Bréfritari: Gunnlaugur Oddsson
Dagsetning: A-1888-10-28
Skrifað á: Vesturheimi

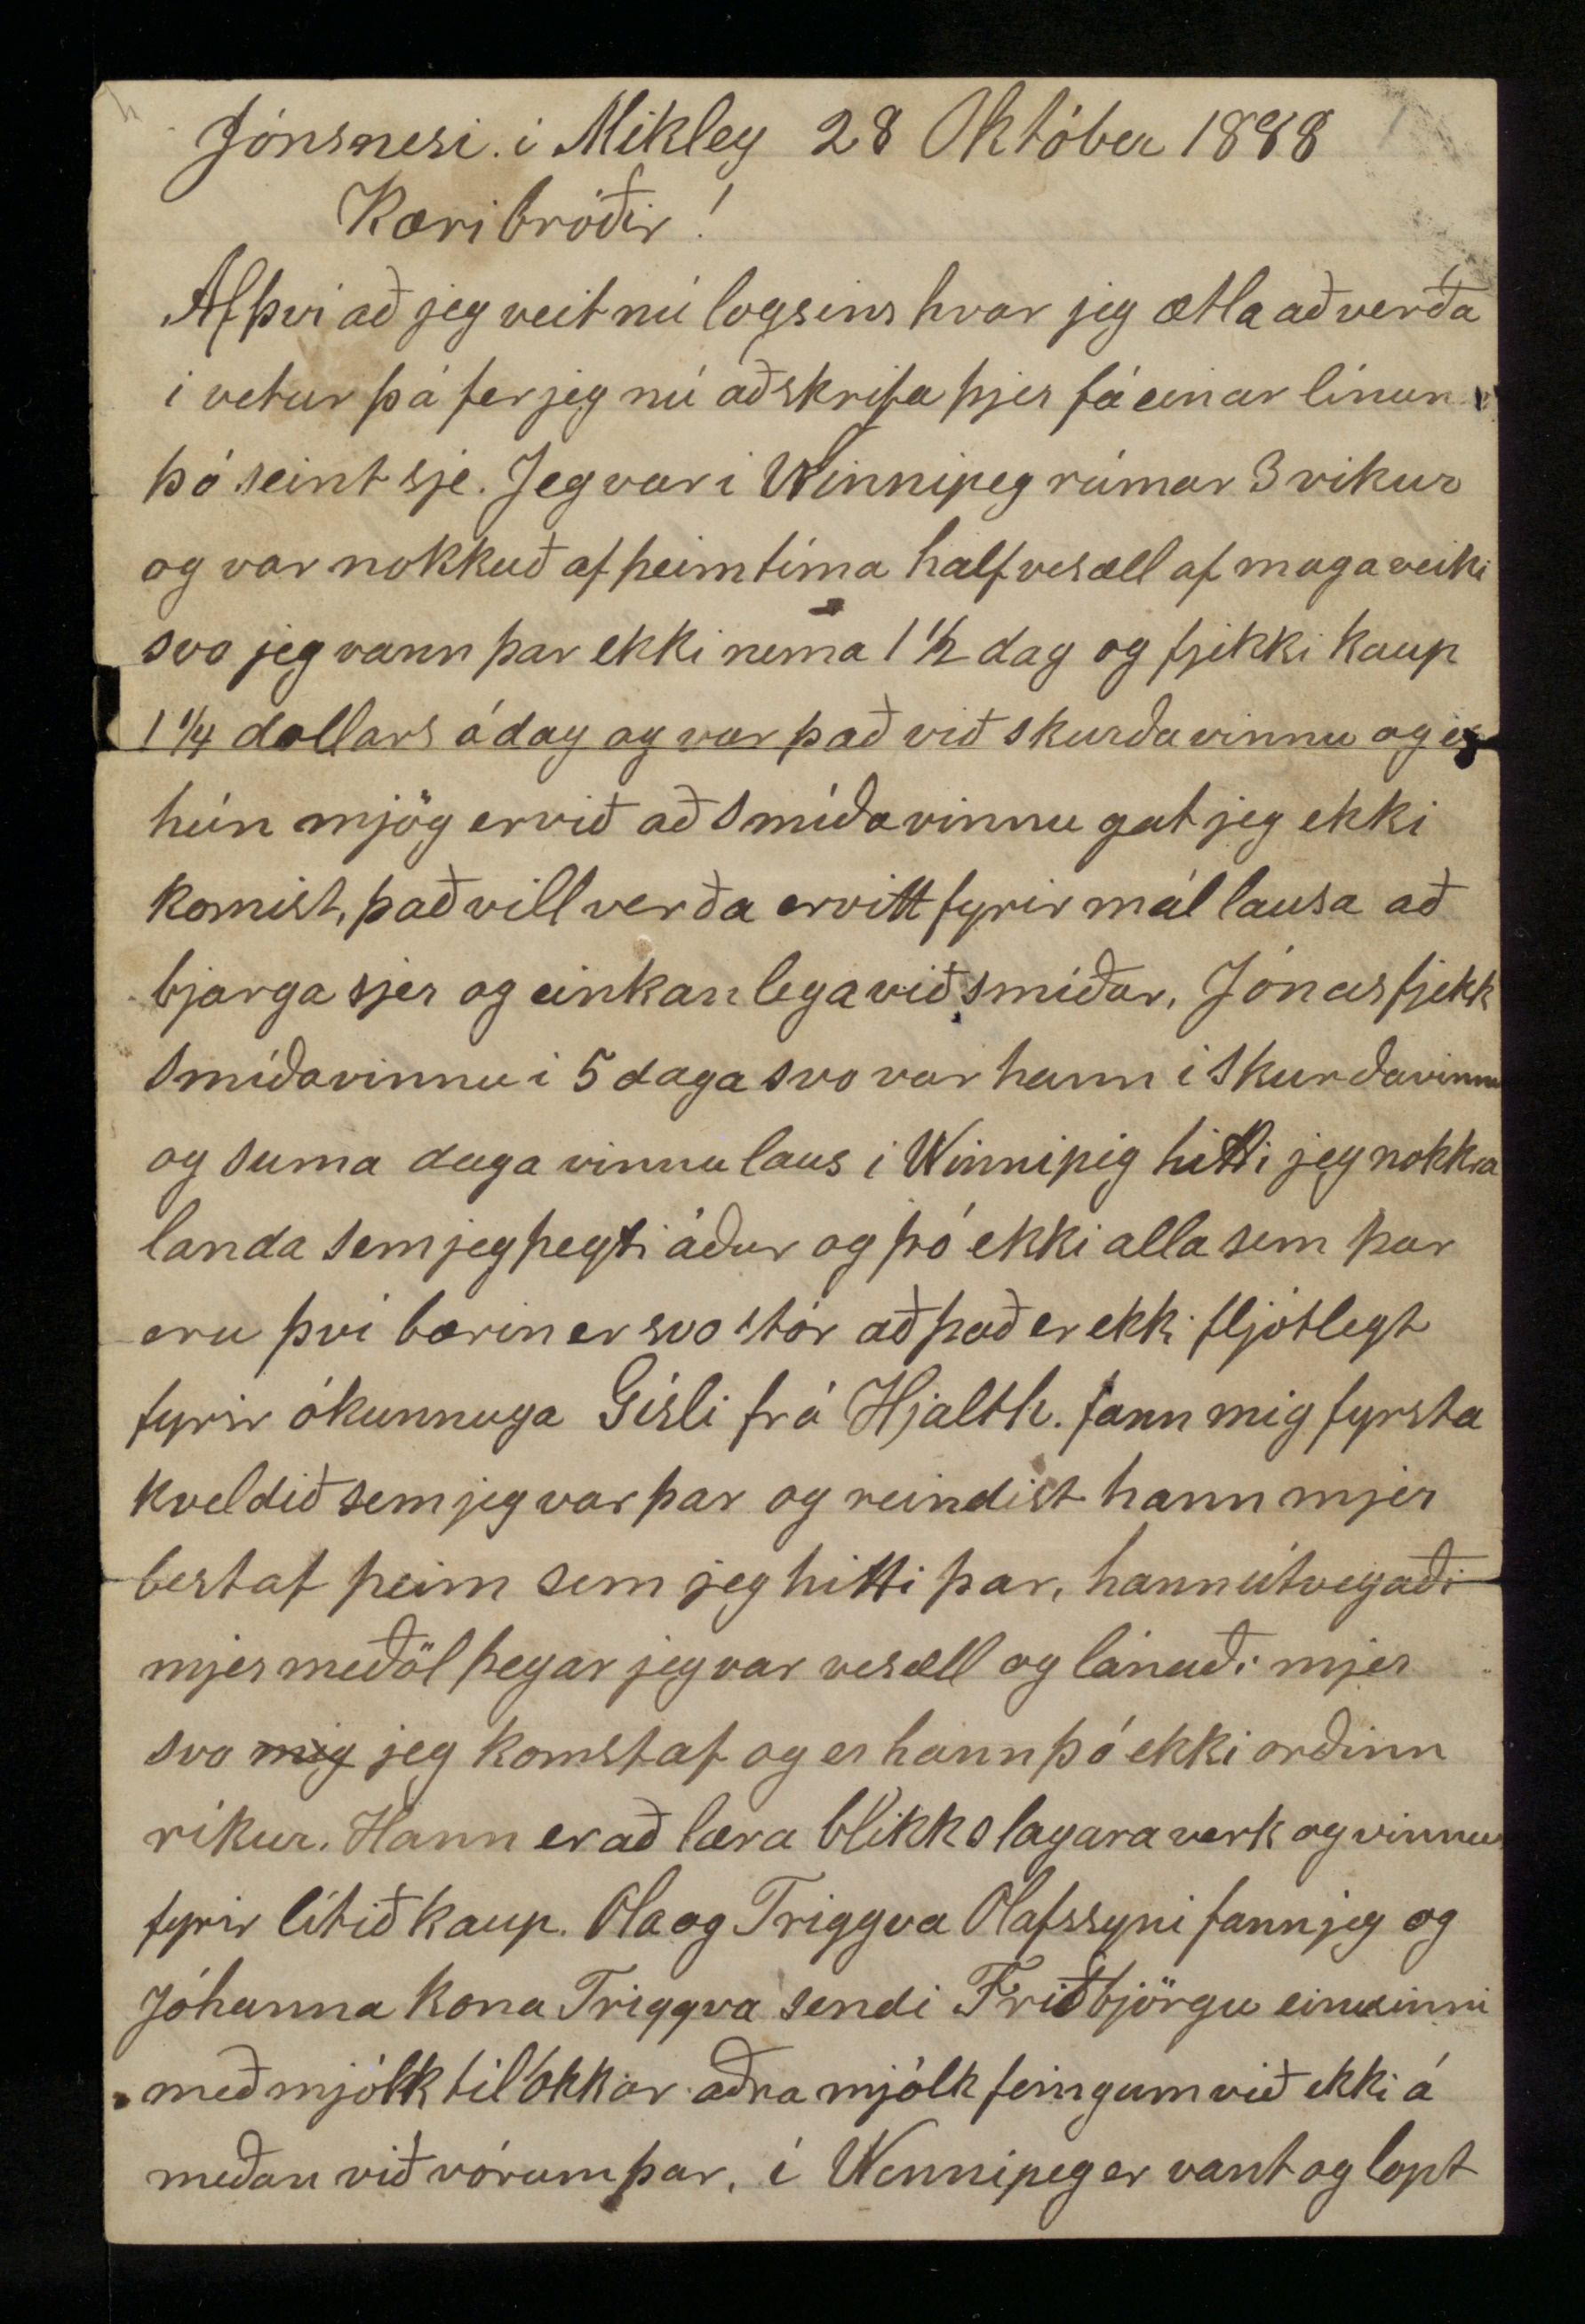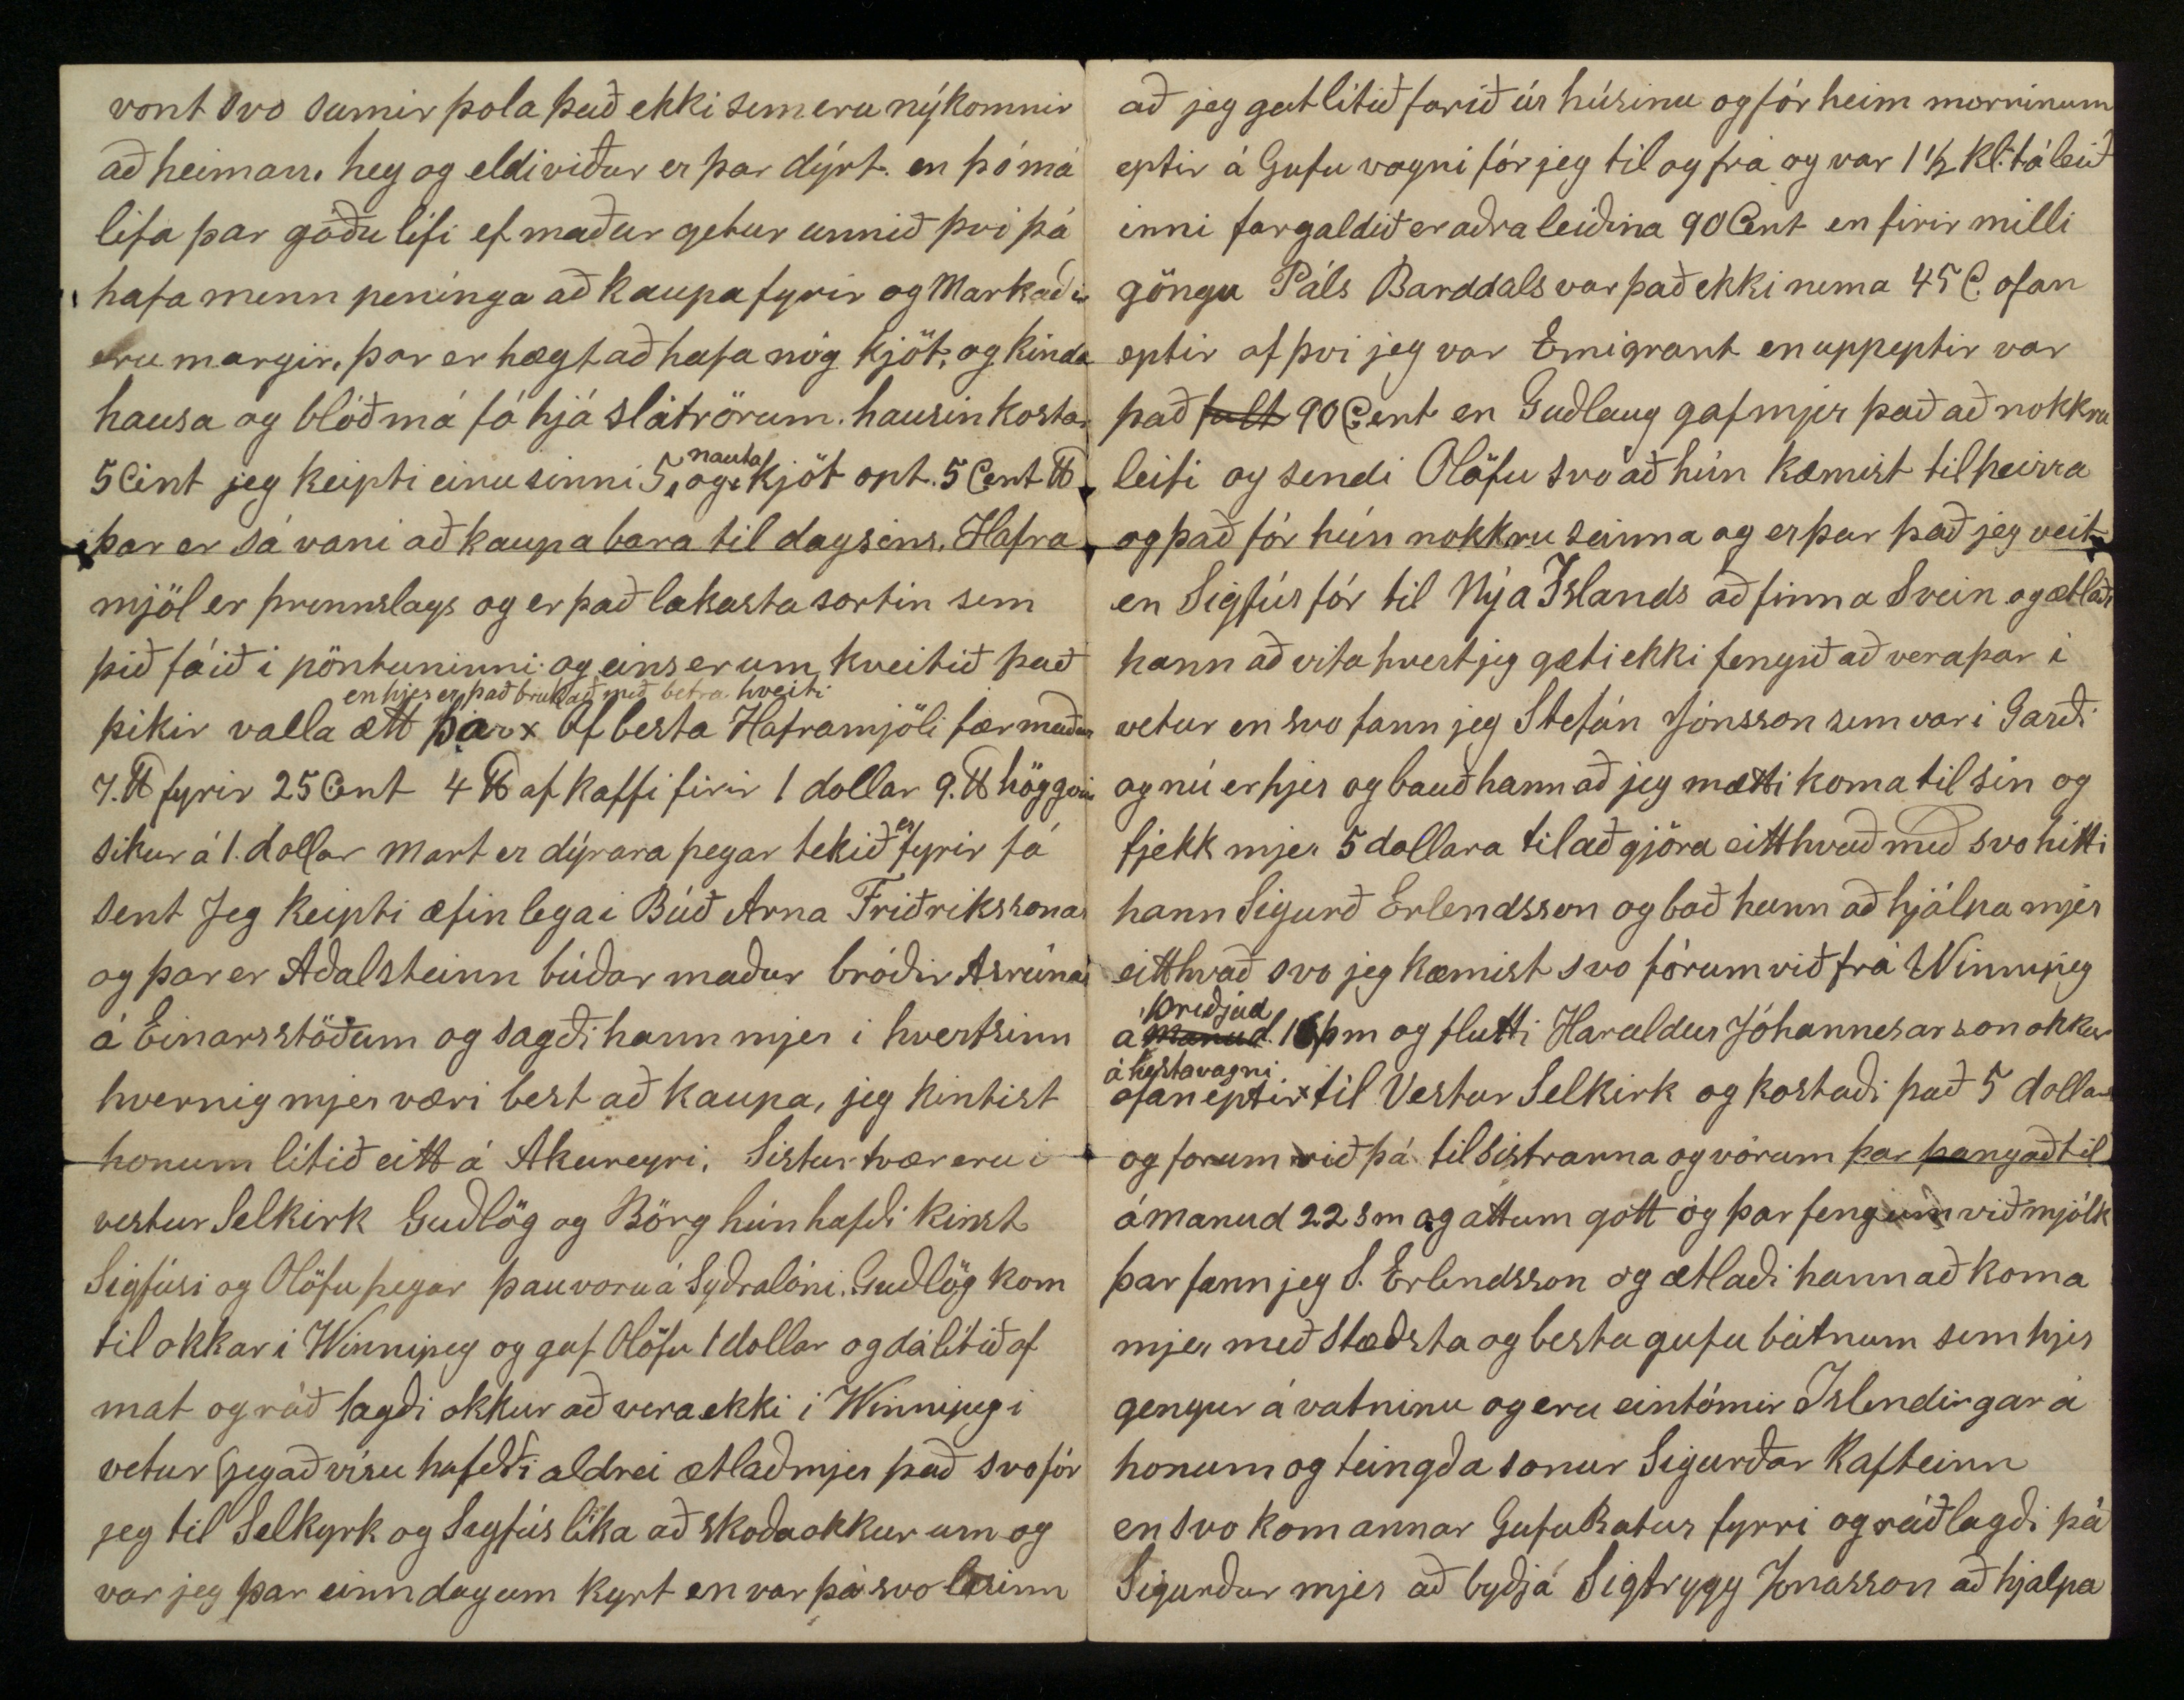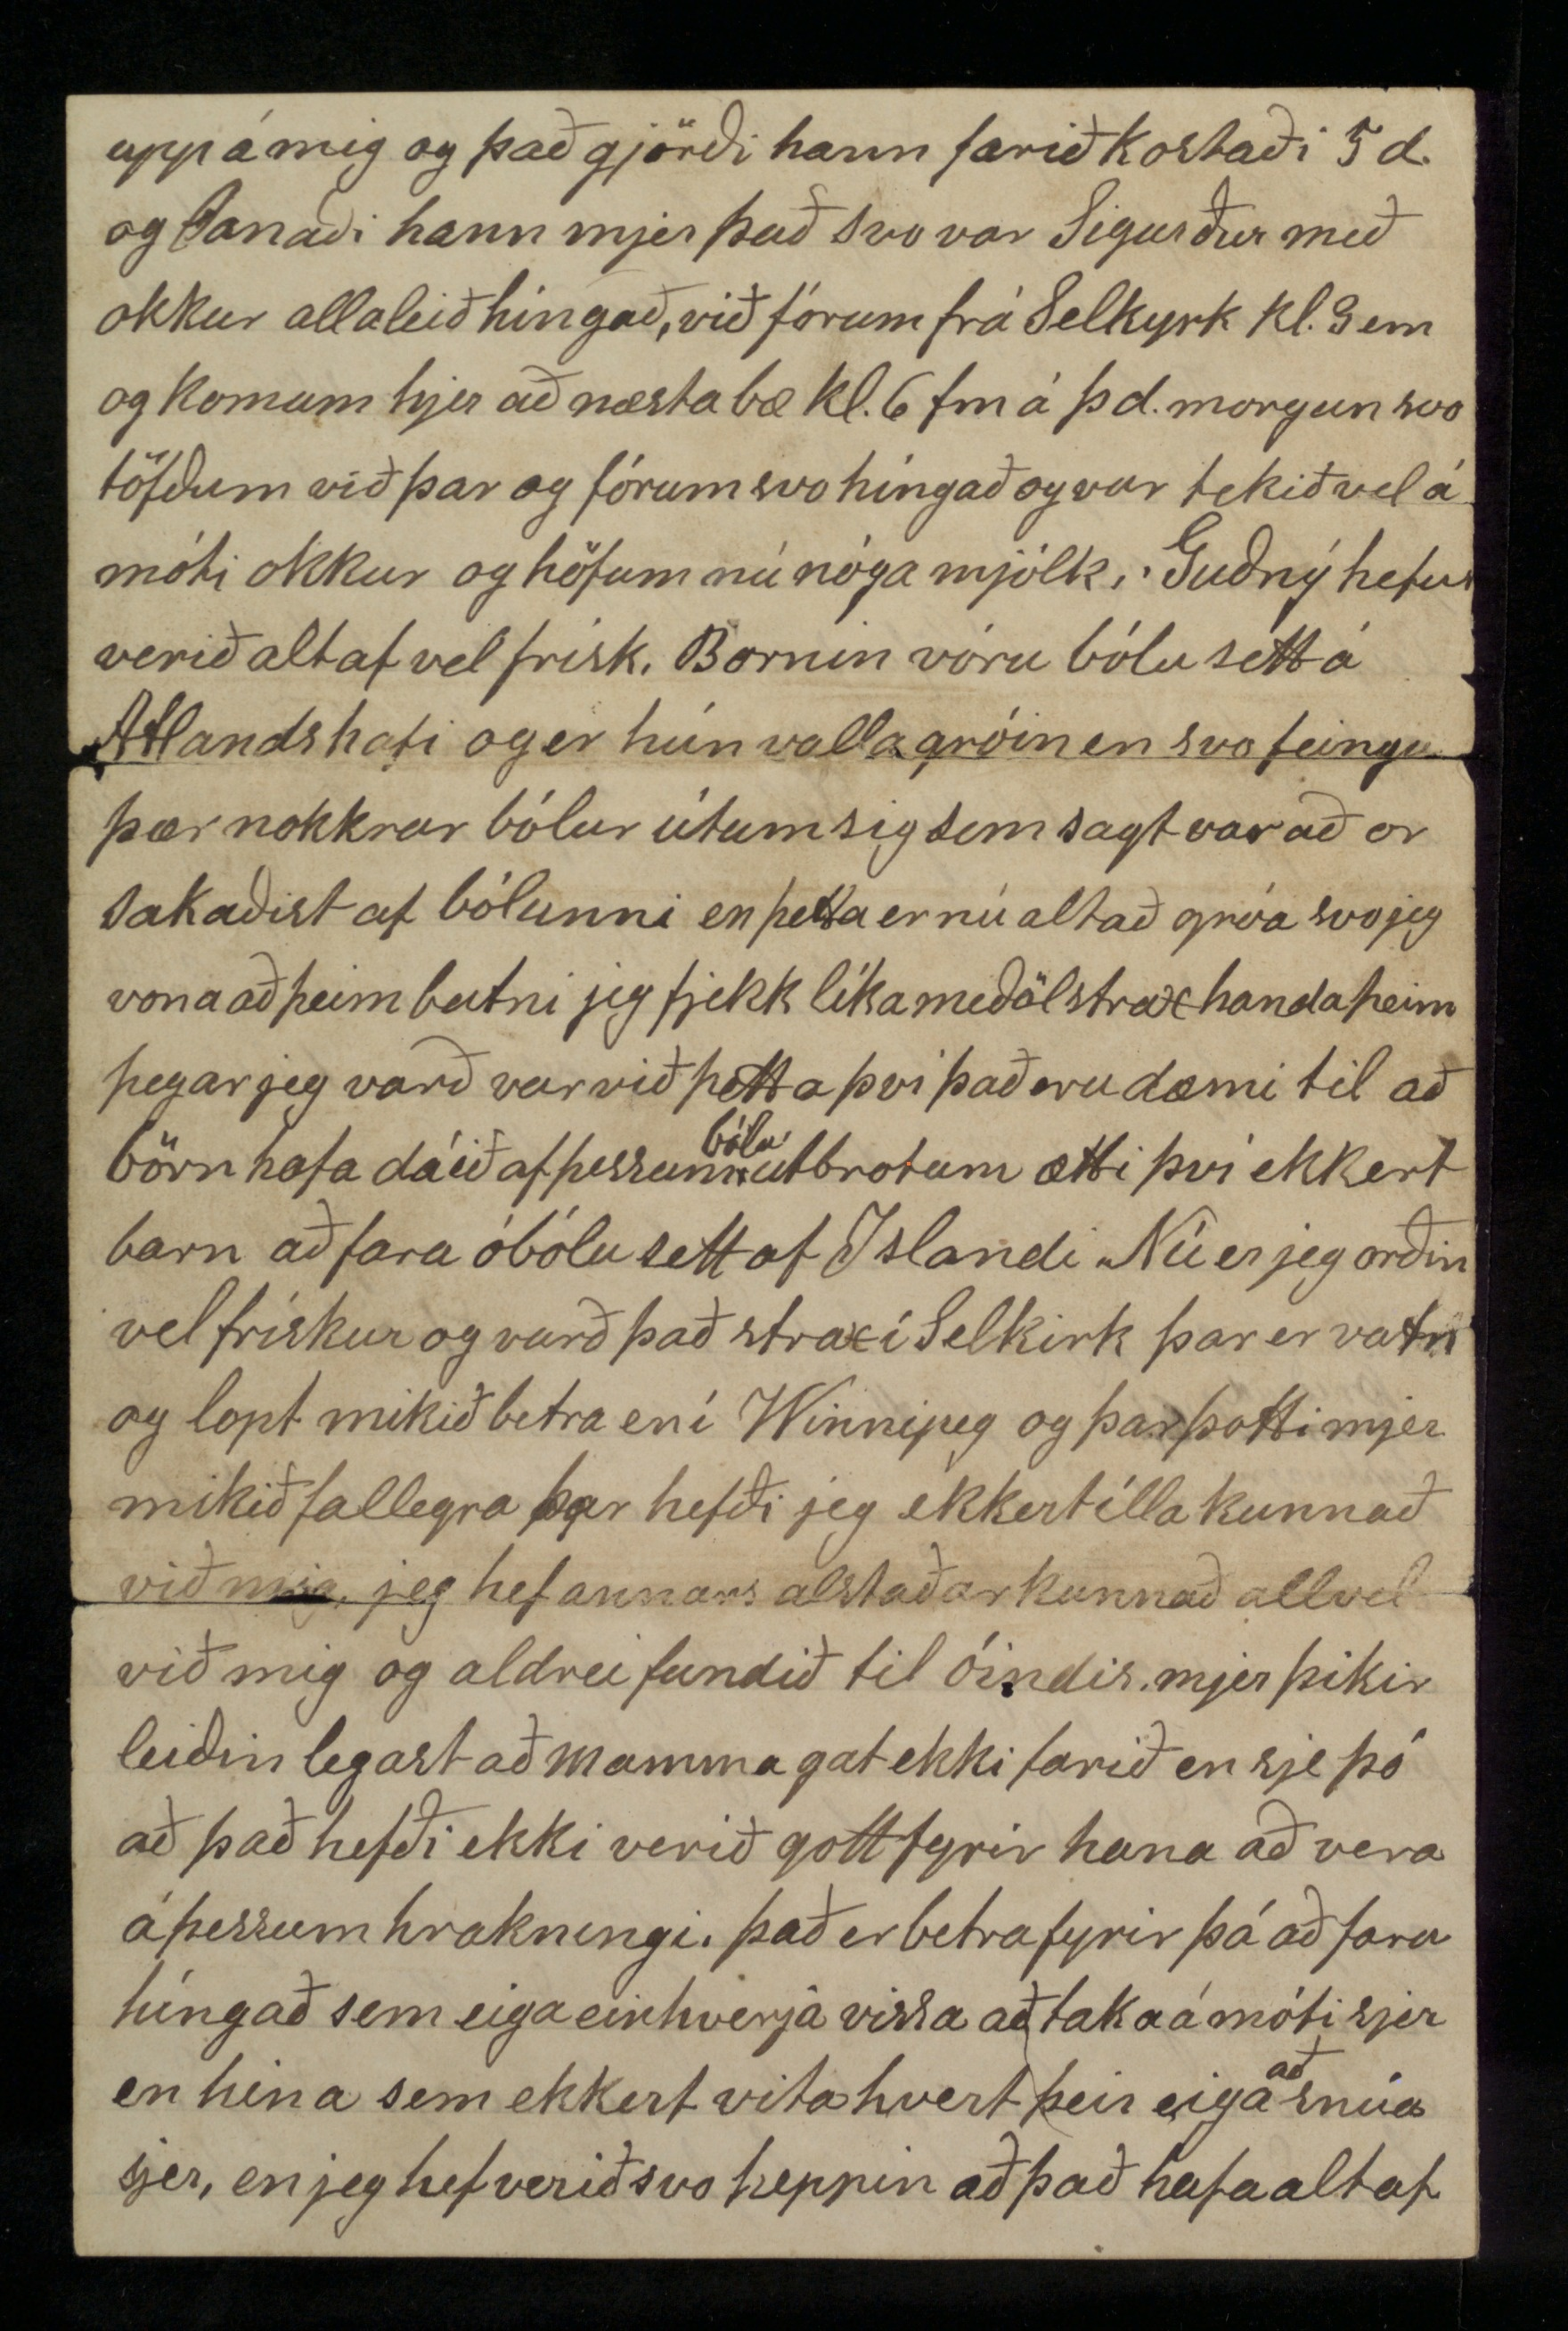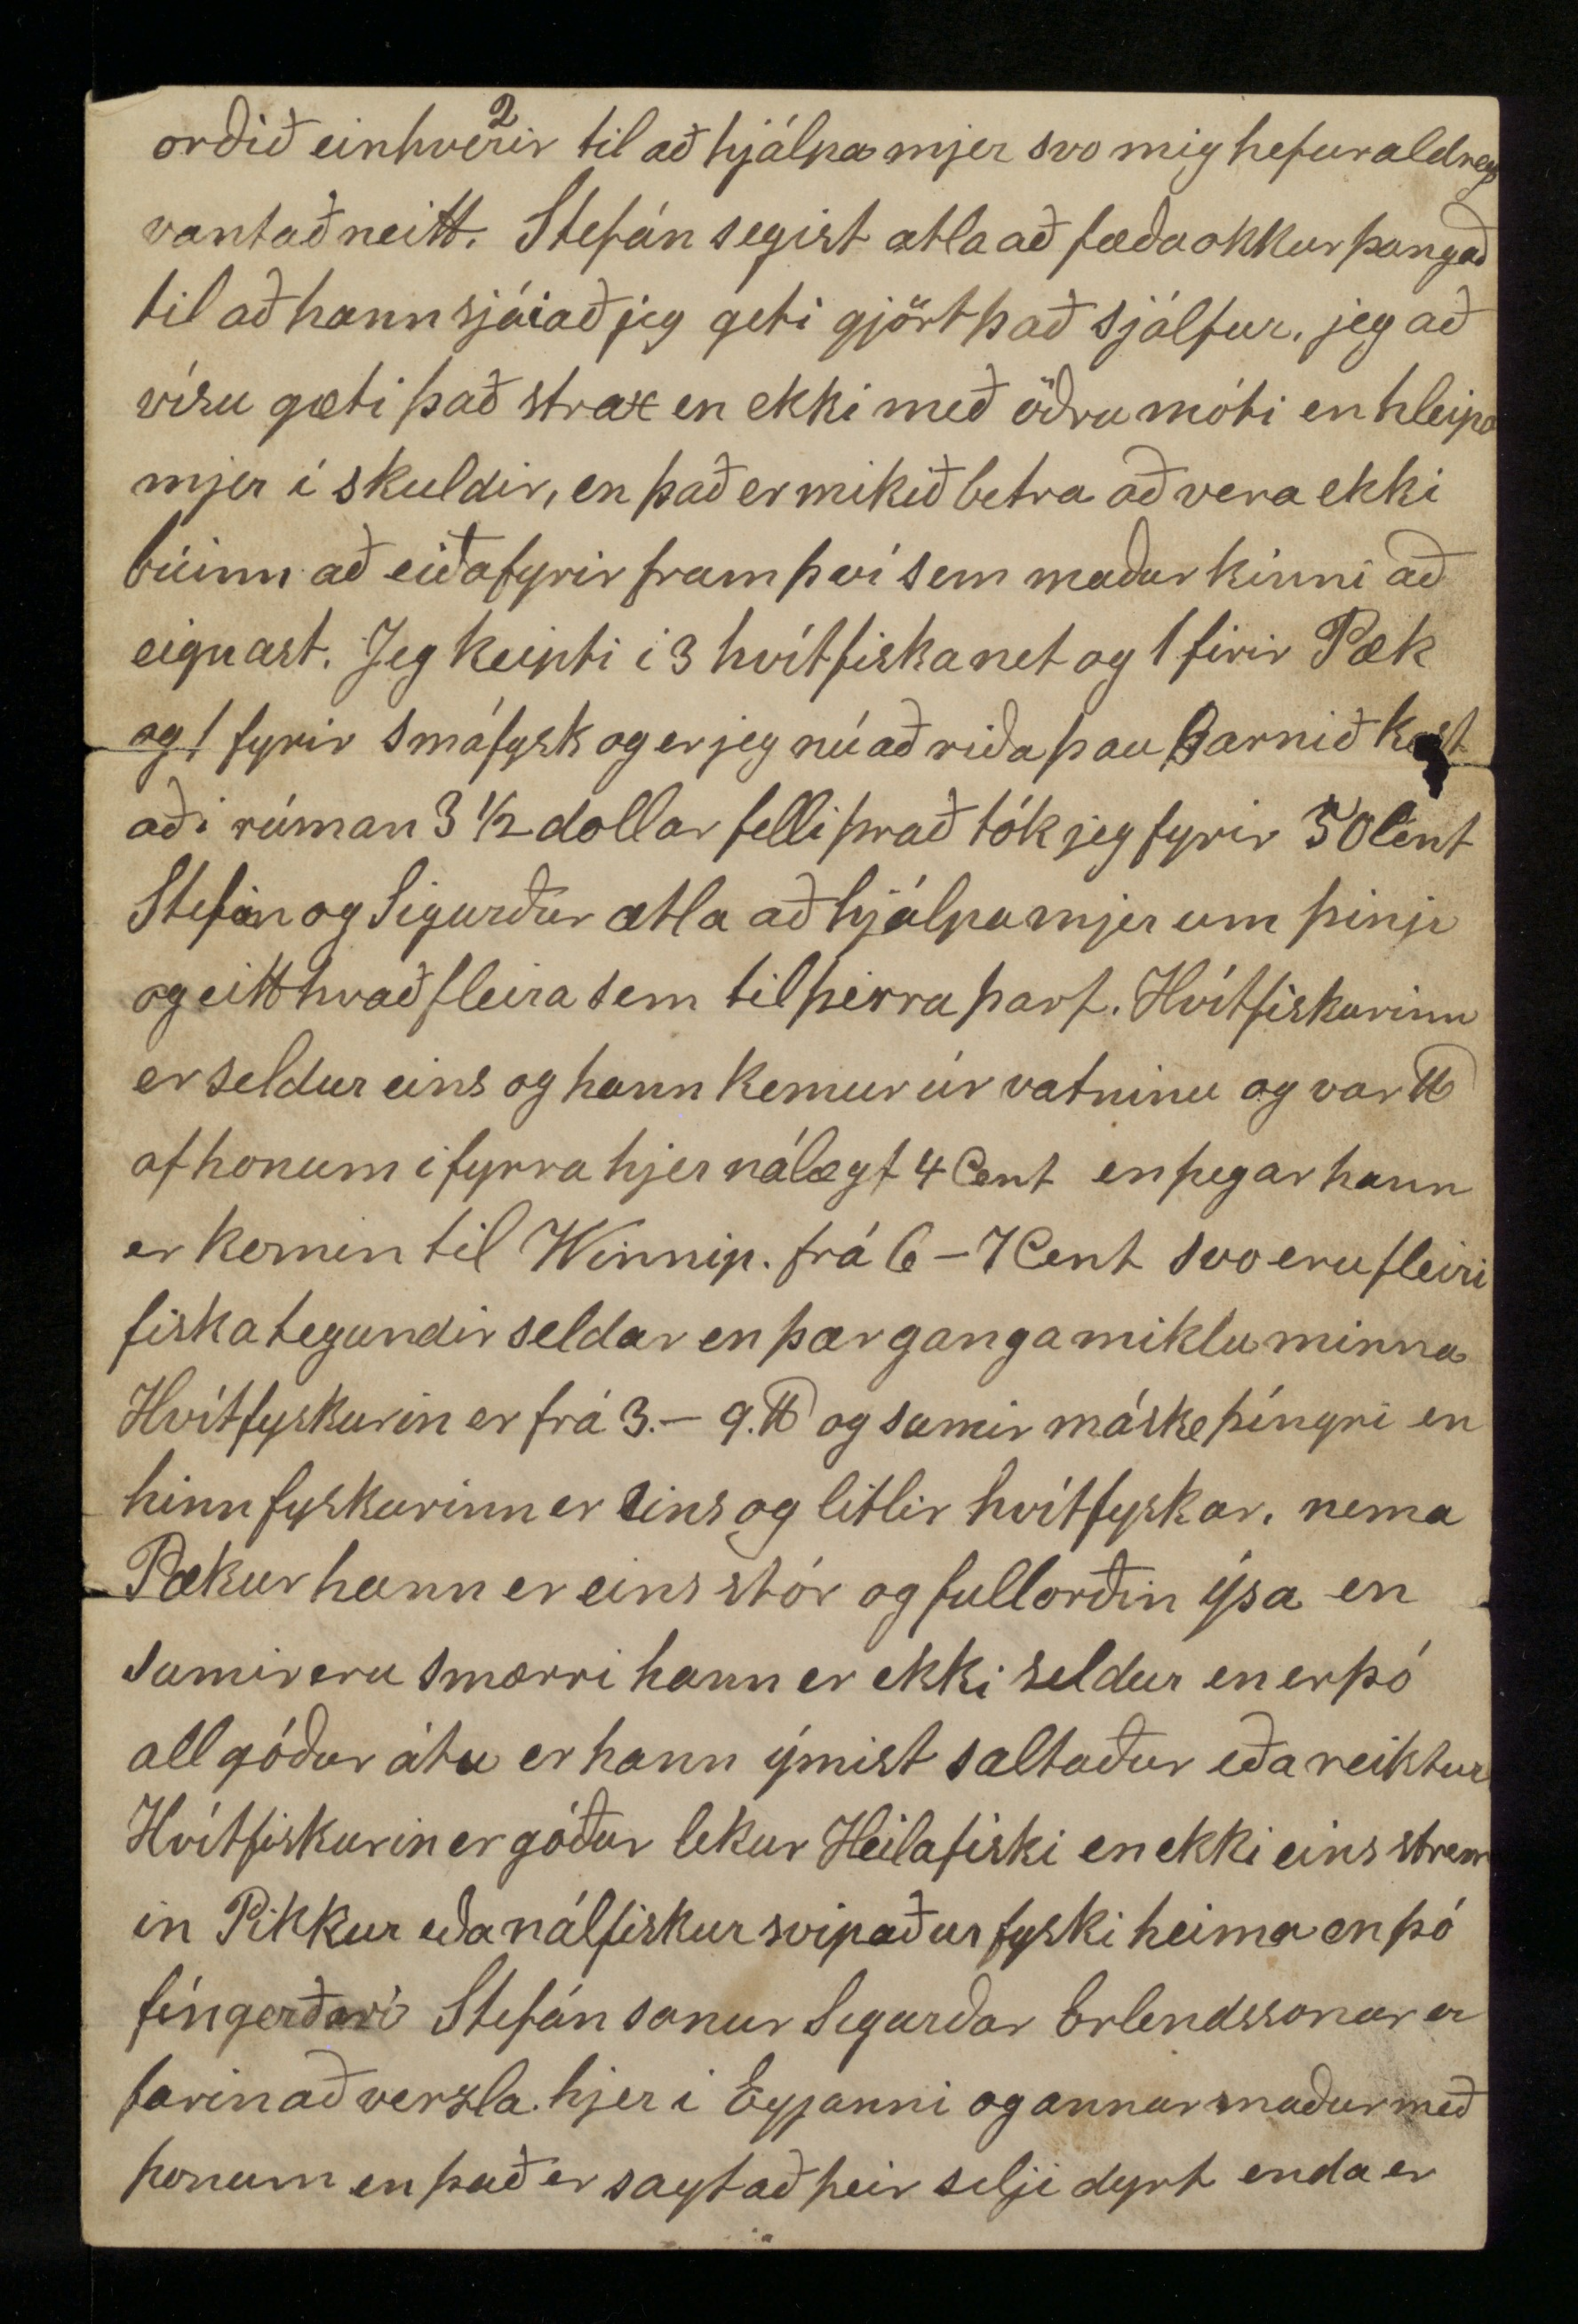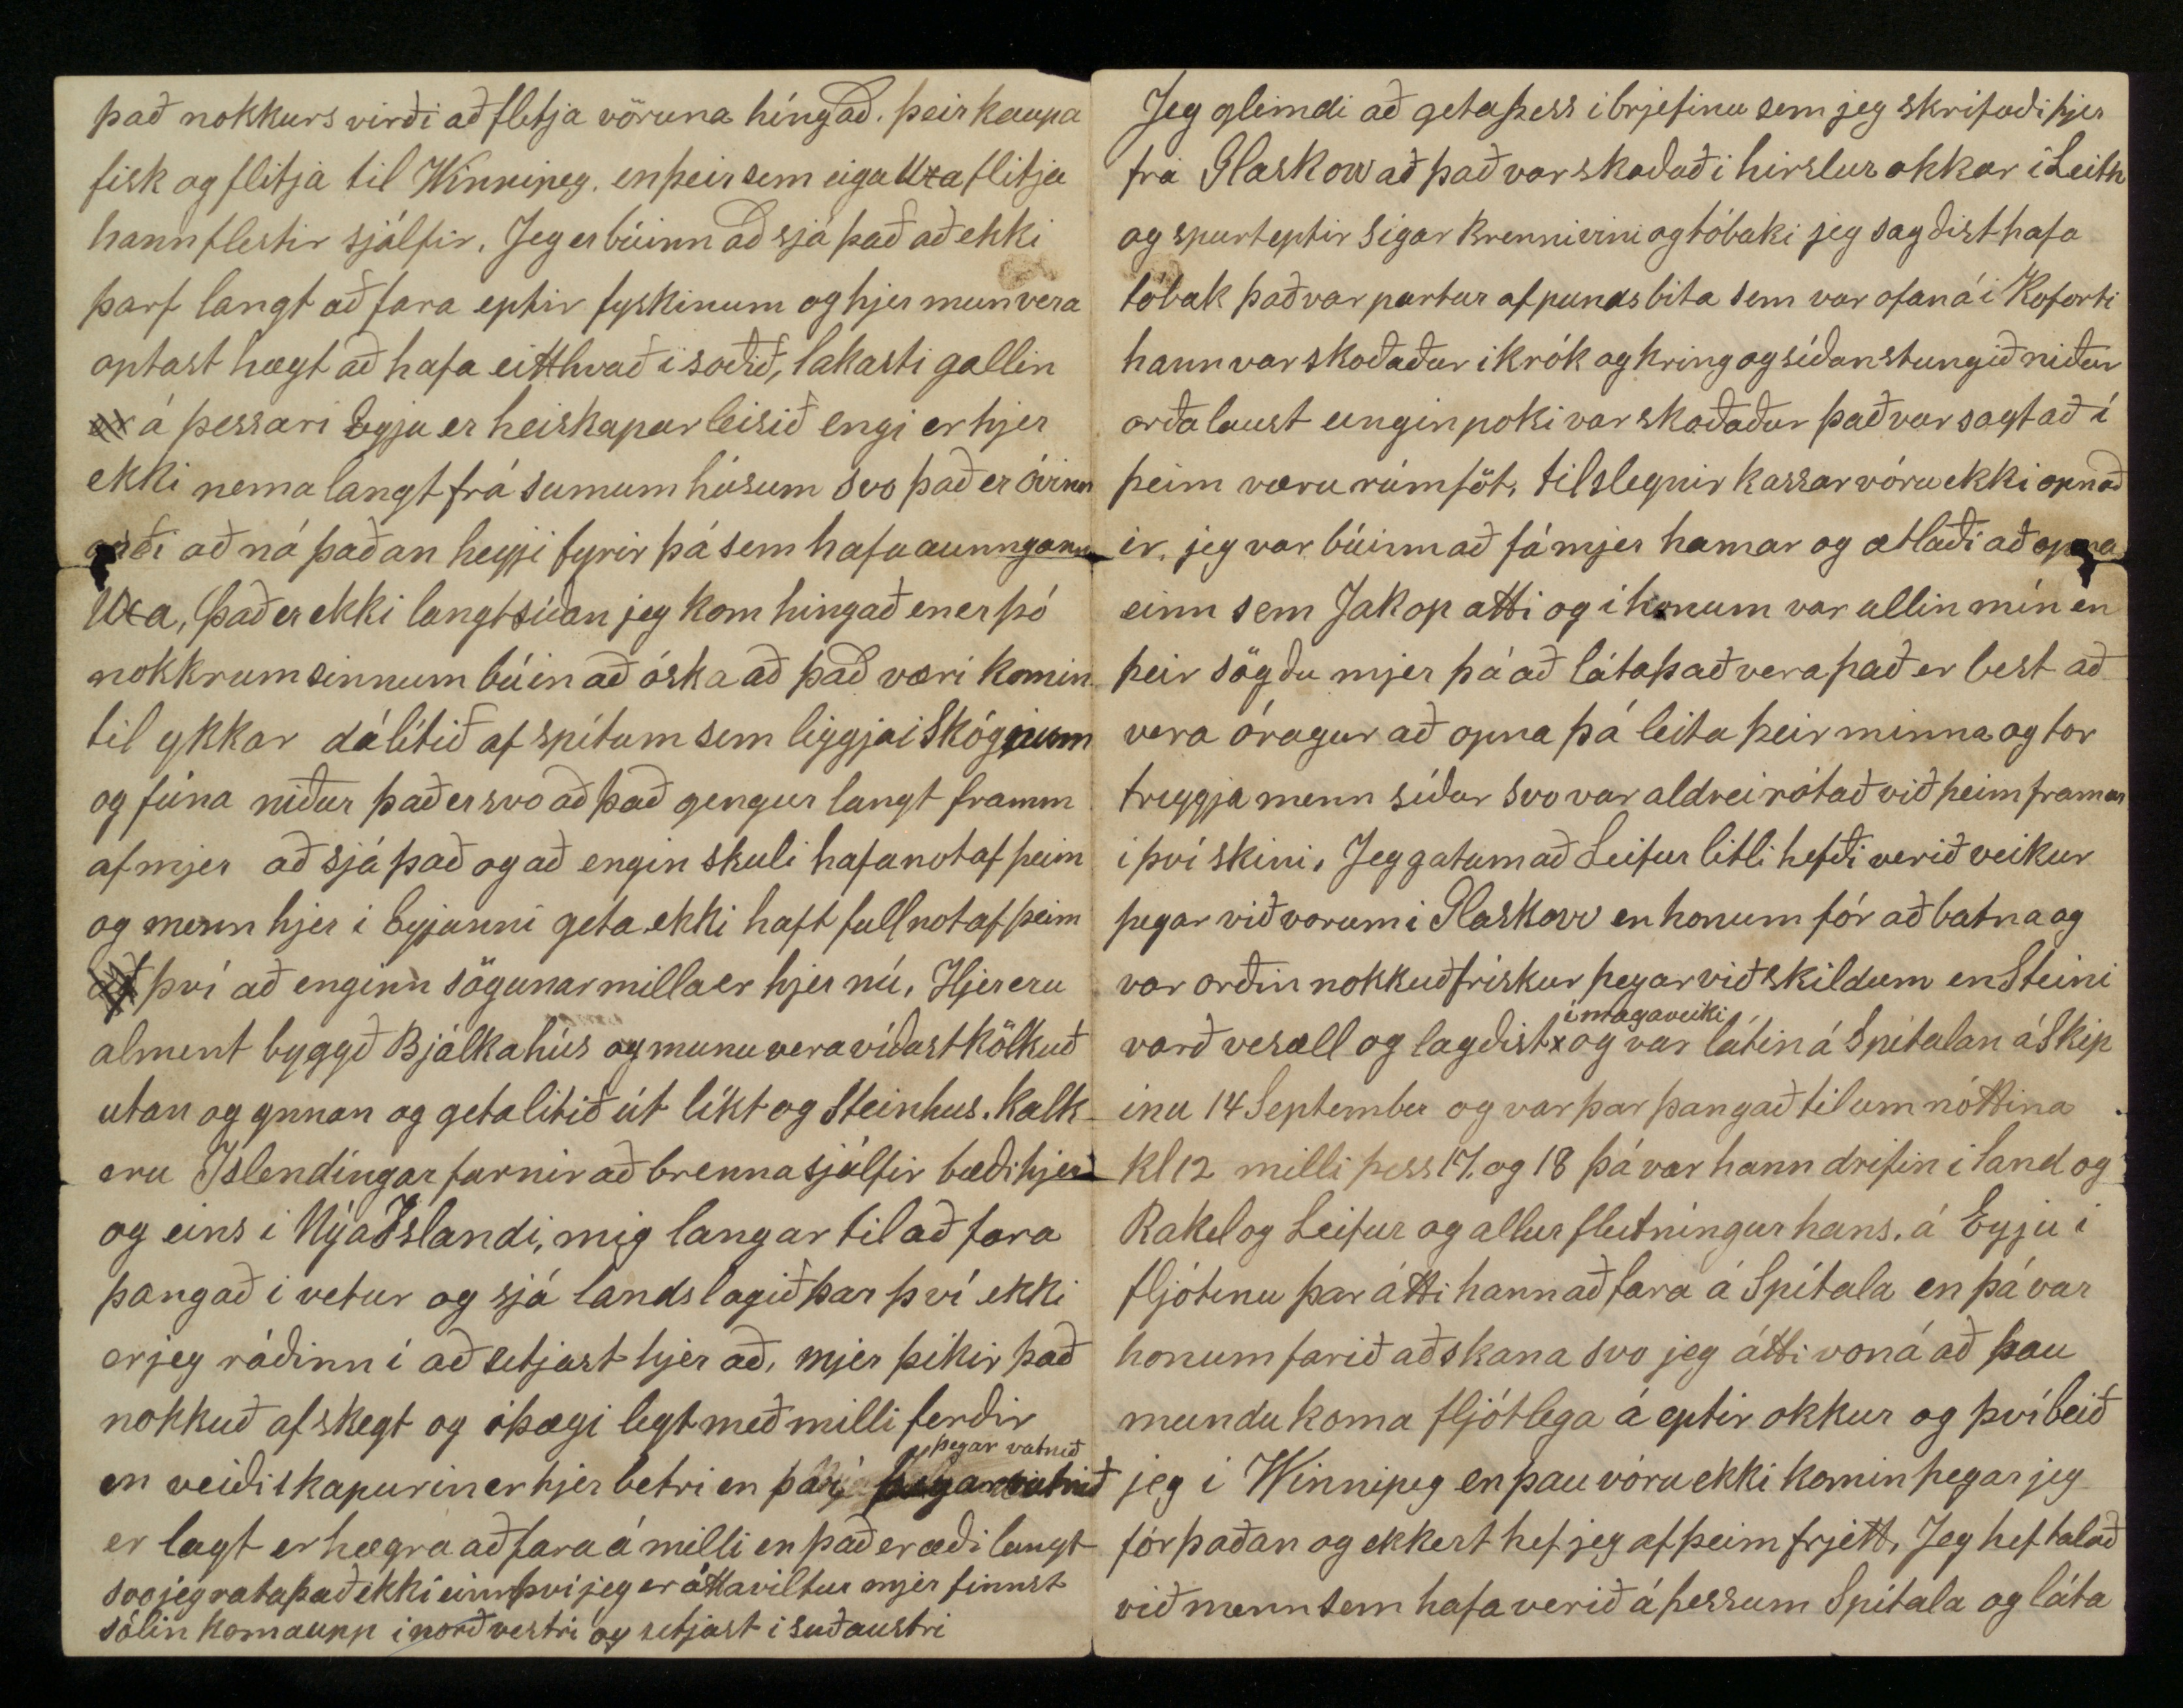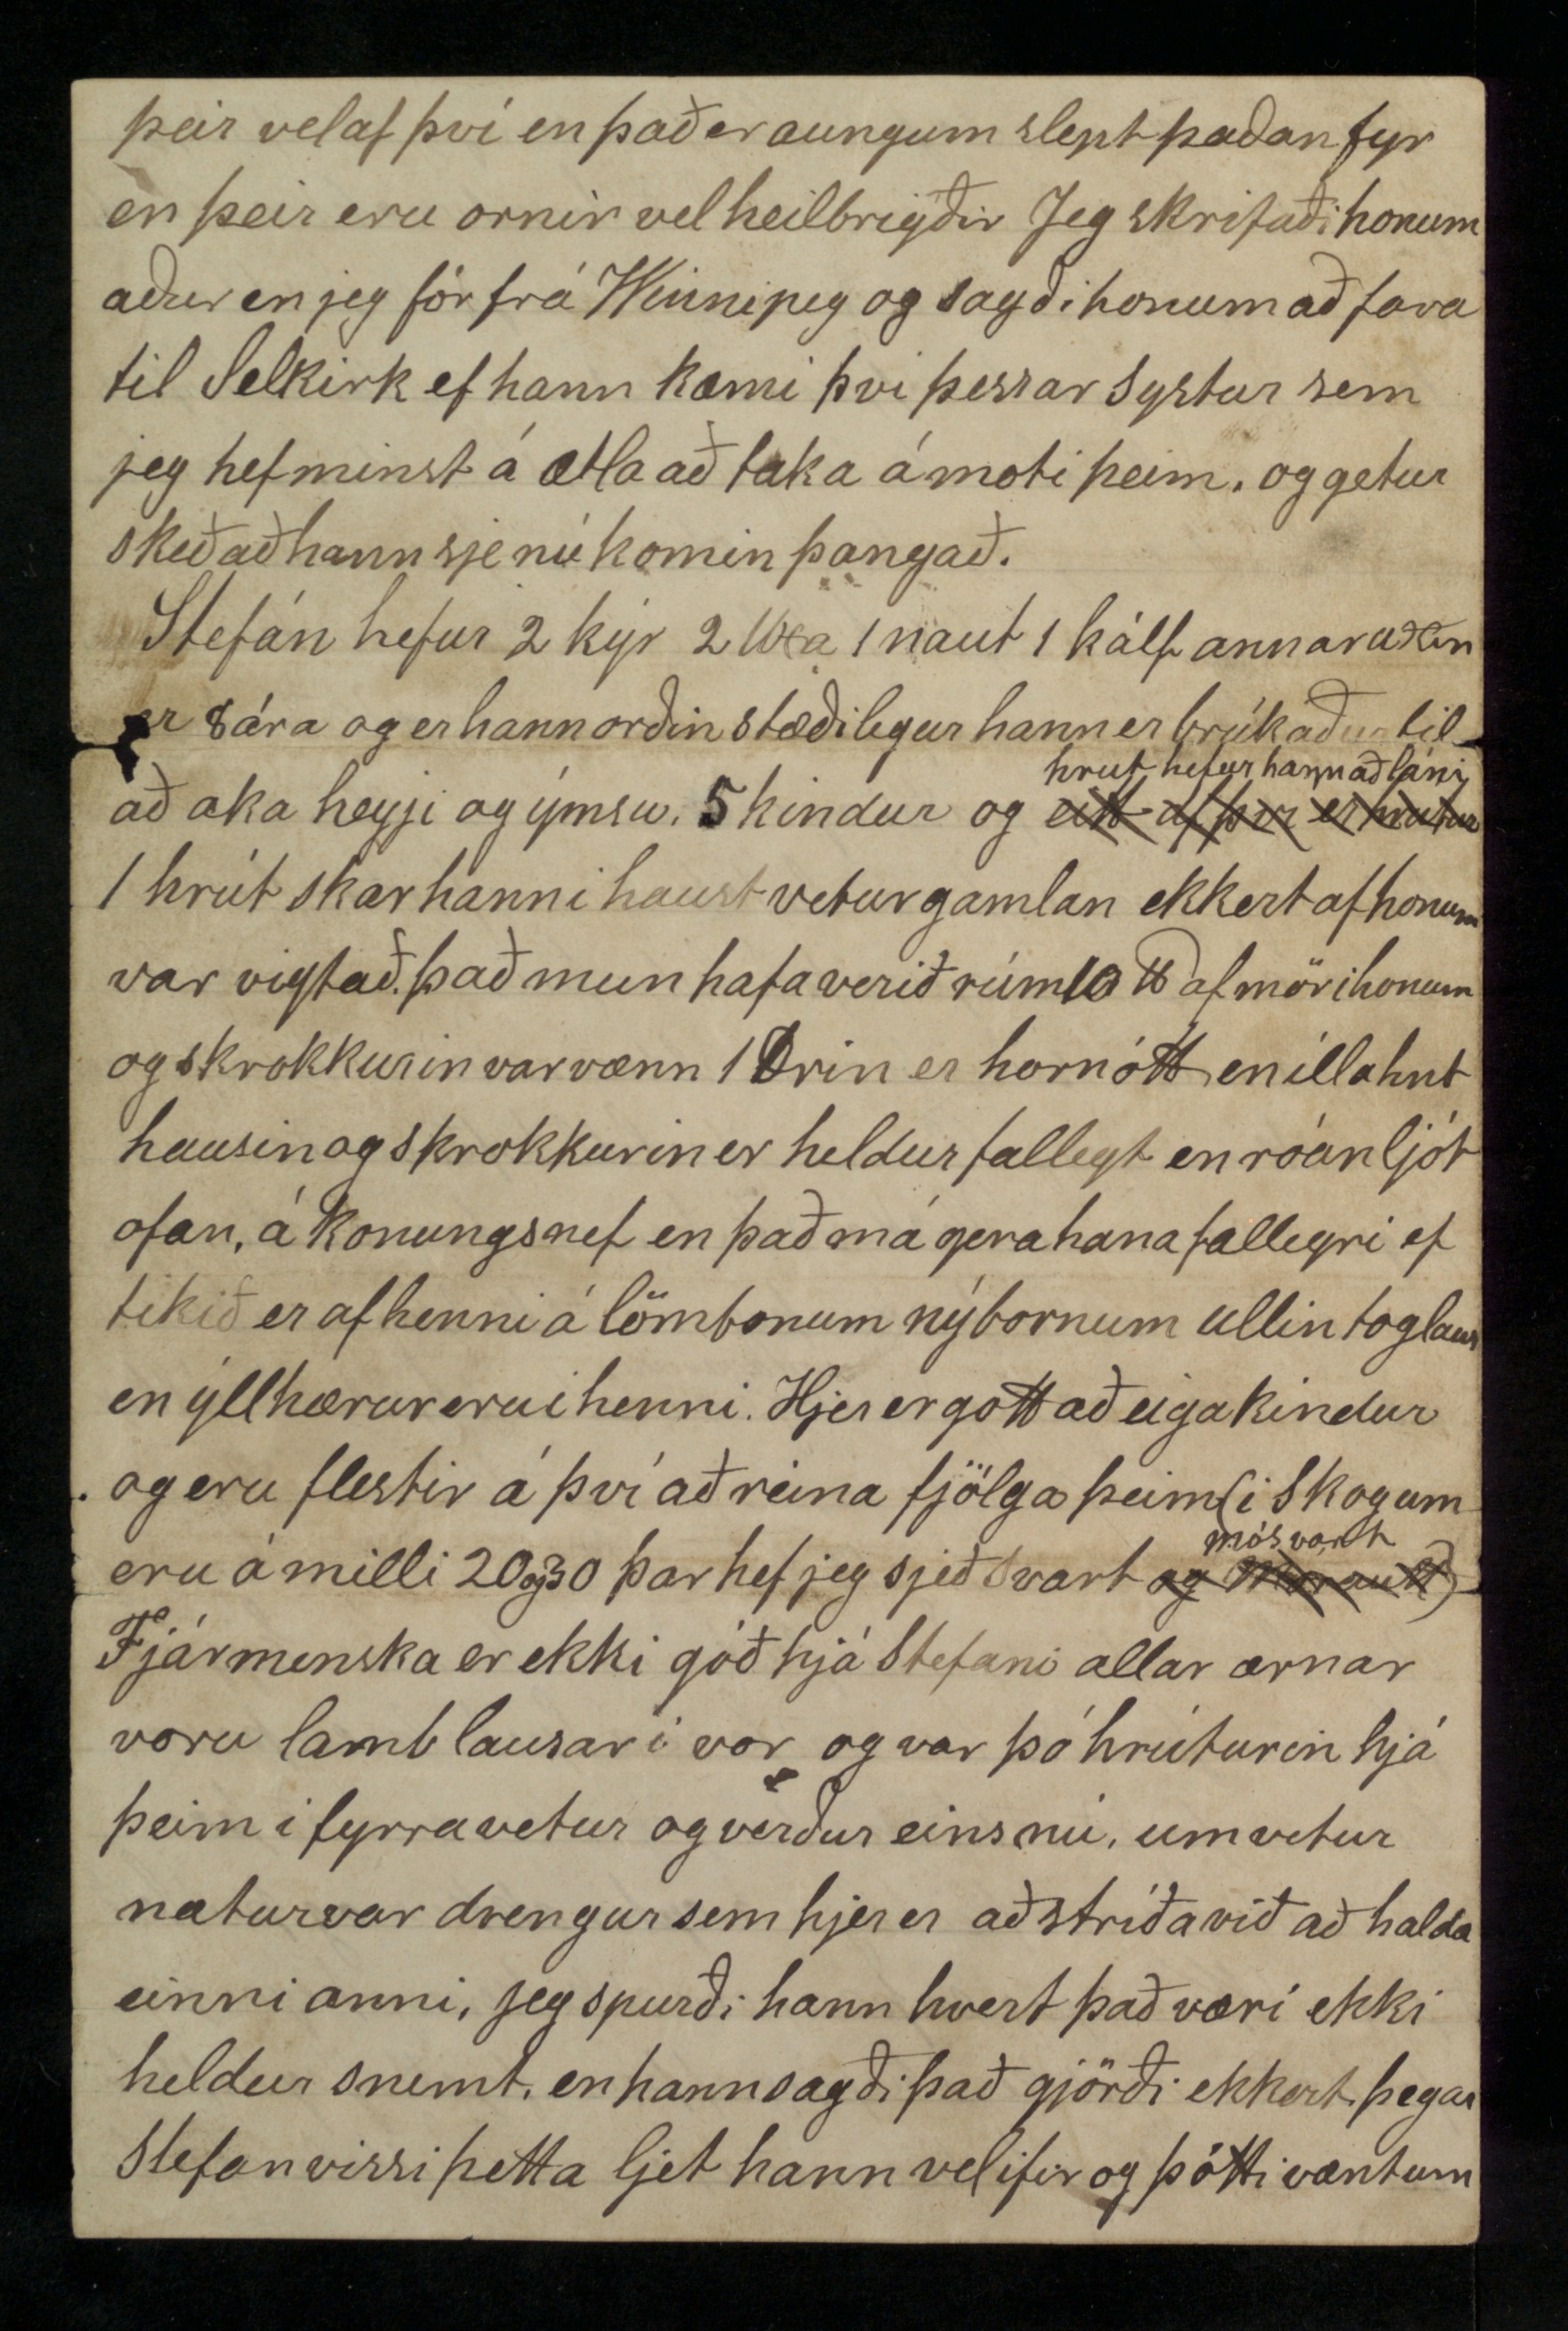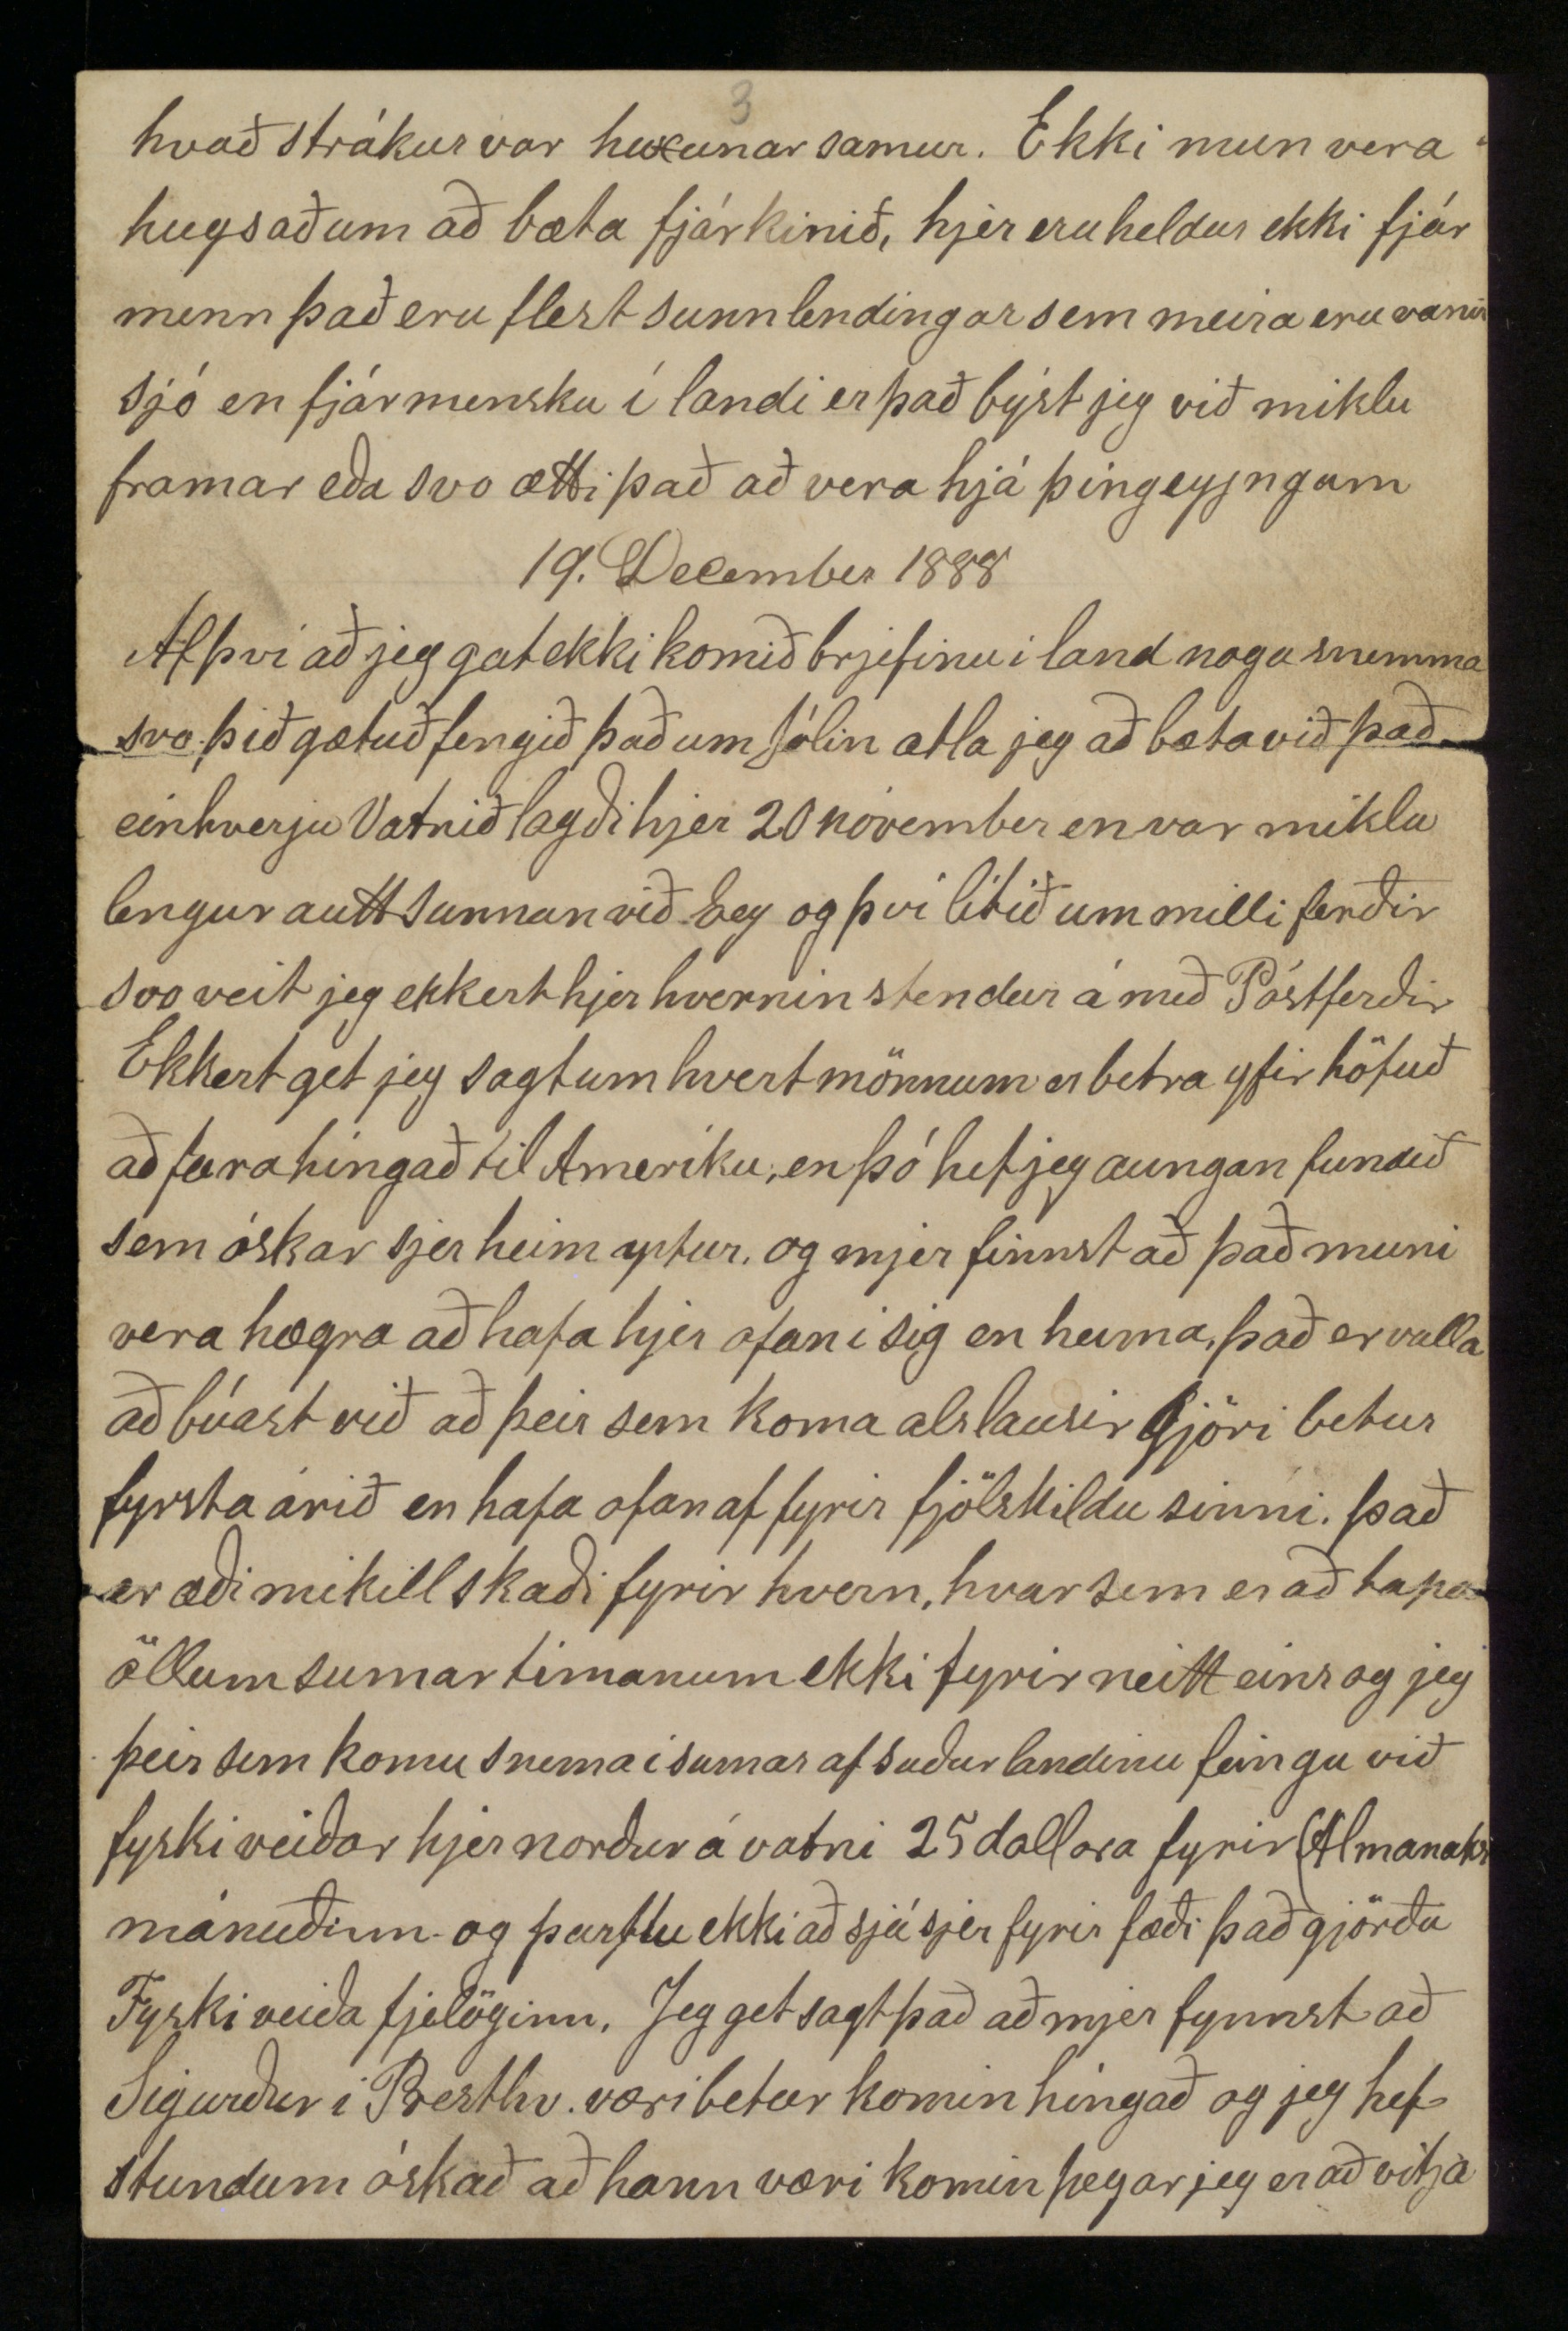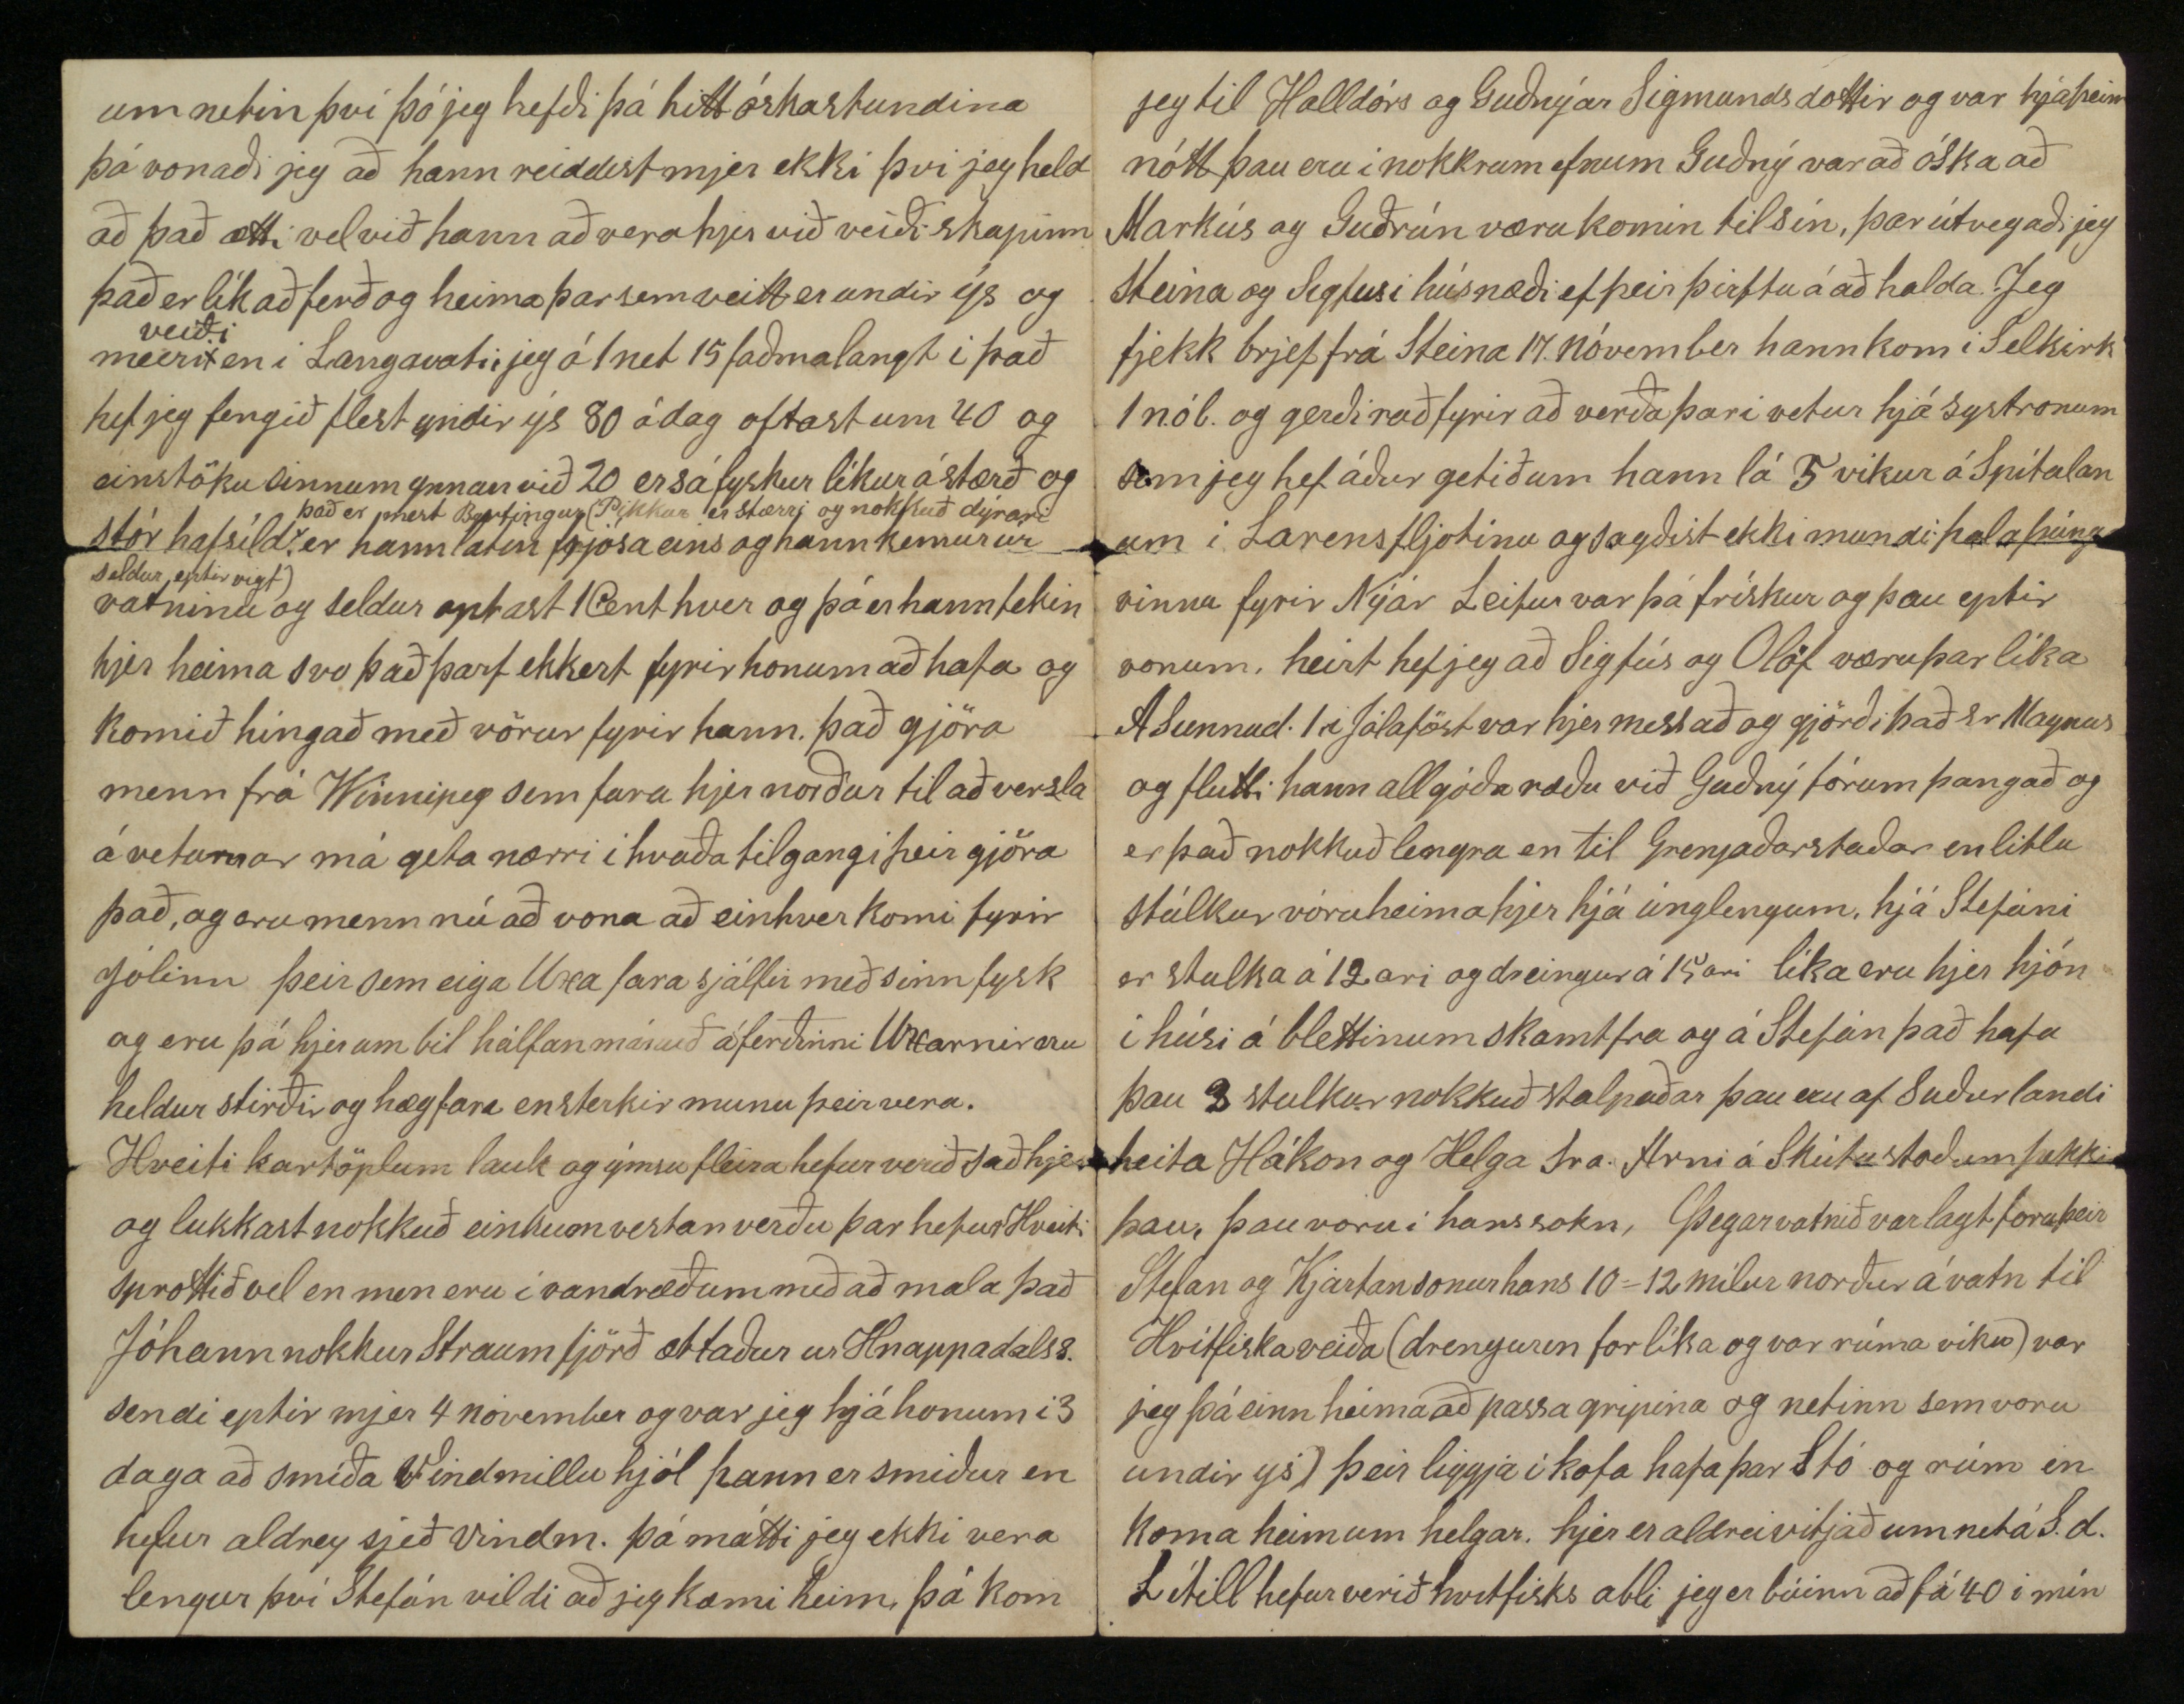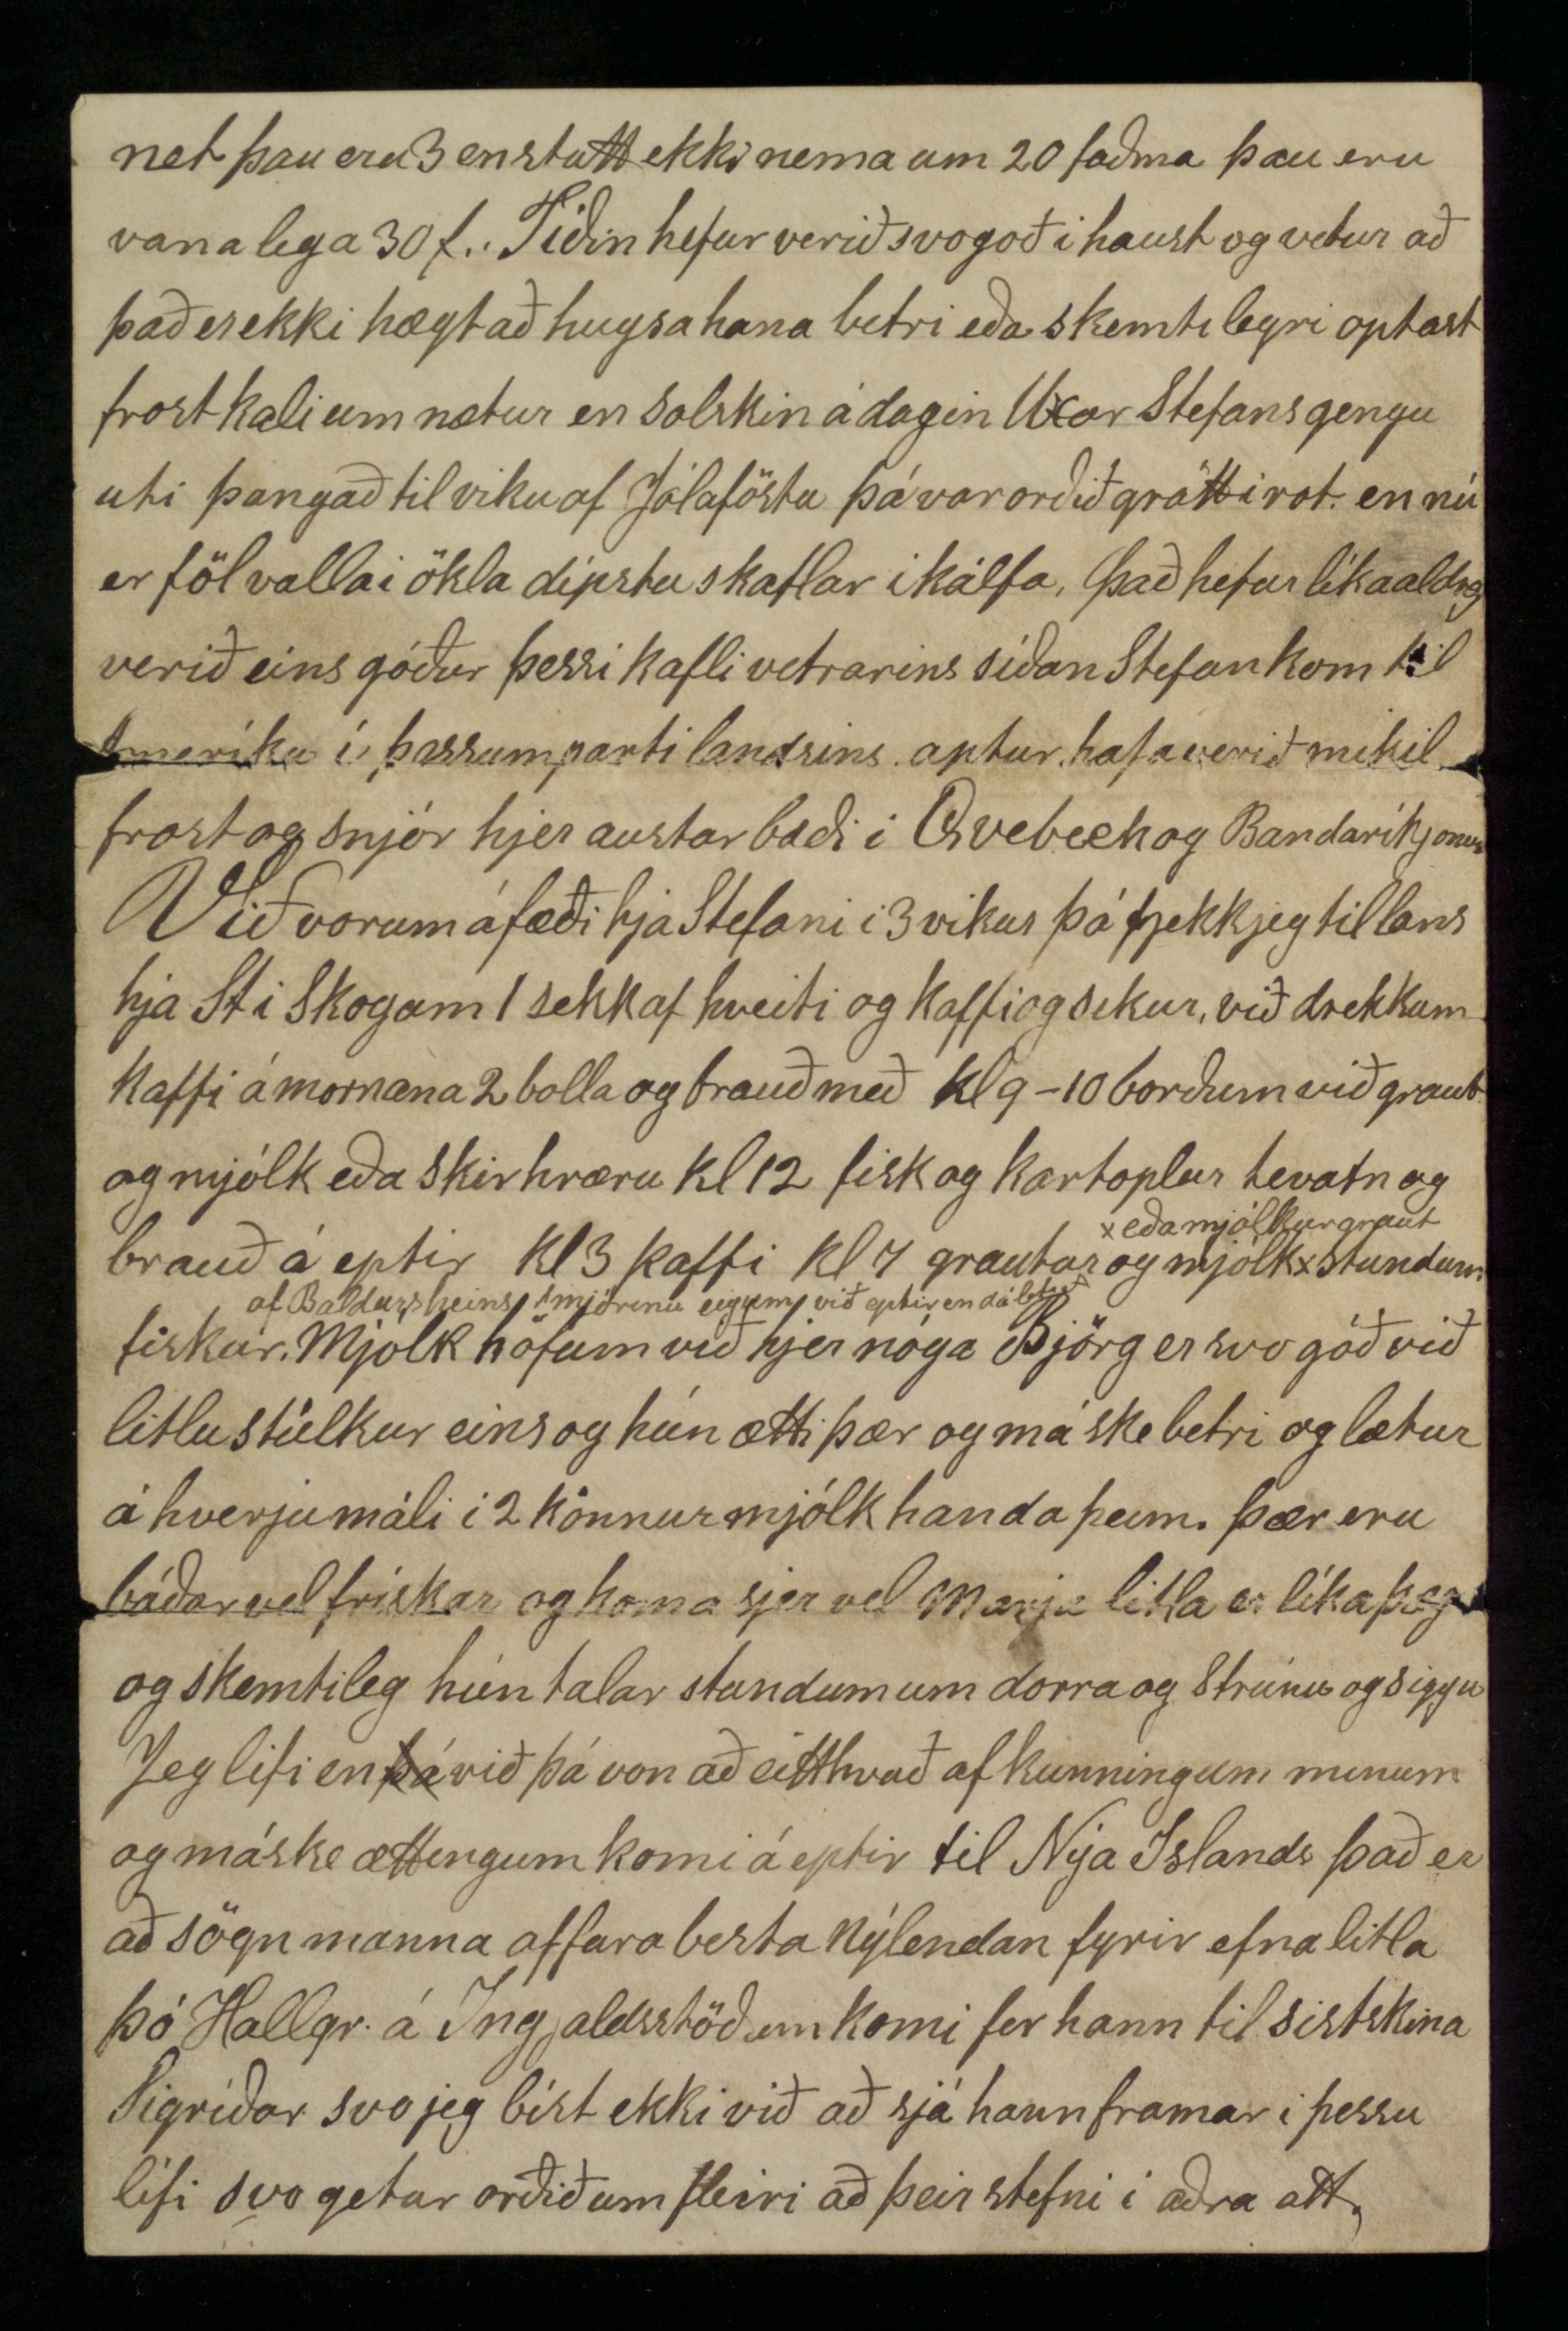

Jónsnesi í Mikley 28 Október 1888
Kæri bróðir!
Af því að jeg veit nú logsins hvar jeg ætla að verða í vetur þá fer jeg nú að skrifa þjer fáeinar línur þó seint sje. Jeg var í Winnipeg rúmar 3 vikur og var nokkuð af þeim tíma halfvesæll af magaveiki svo jeg vann þar ekki nema 1 1/2 dag og fjekk í kaup 1 1/4 dollars á dag og var það við skurðavinnu og er hún mjög ervið að smíðavinnu gat jeg ekki ekki komist, það vill verða ervitt fyrir mállausa að bjarga sjer og einkanlega við smíðar, Jónas fjekk smíðavinnu í 5 daga svo var hann í skurðavinnu og suma daga vinnulaus í Winnipeg hitti jeg nokkra landa sem jeg þegti áður og þó ekki alla sem þar eru því bærin er svo stór að það er ekki fljótlegt fyrir ókunnuga Gísli frá Hjalth. fann mig fyrsta kveldið sem jeg var þar og reindist hann mjer best af þeim sem jeg hitti þar, hann útvegaði mjer meðöl þegar jeg var vesæll og lánaði mjer svo
mig
jeg komst af og er hann þó ekki orðinn ríkur. Hann er að læra blikkslagaraverk og vinnur fyrir lítið kaup. Ola og Triggva Olafssyni fann jeg og Jóhanna kona Triggva sendi Friðbjörgu einusinni með mjólk til okkar aðra mjólk feingum við ekki á meðan við vórum þar, í Winnipeg er vant og lopt
vont svo sumir þola það ekki sem eru nýkomnir að heiman, hey og eldiviður er þar dýrt en þó má lifa þar góðu lífi ef maður getur unnið því þá hafa menn penínga að kaupa fyrir og Markaðir eru margir, þar er hægt að hafa nóg kjöt og kinda hausa og blóð má fá hjá slátrörum hausin kostar 5 Cent jeg keipti einu sinni 5 og
nauta
kjöt opt 5 Cent
P
þar er sá vani að kaupa bara til dagsins. Hafra mjög er þrennslags og er það lakasta sortin sem þið fáið í pöntuninni og eins er um hveitið það þikir valla ætt þar
en hjer er það brukað með betra hveiti
Af besta Haframjöli fær maður 7.
P
fyrir 25 Cent 4
P
af kaffi firir 1 dollar 9
P
höggvar sikur á 1 dollar mart er dýrara þegar tekið
er
fyrir fá sent Jeg keipti æfinlega í Búð Arna Friðrikssonar og þar er Aðalsteinn búðarmaður bróðir Asrúnar á Einarsstöðum og sagði hann mjer í hvertsinn hvernig mjer væri best að kaupa, jeg kintist honum lítið eitt á Akureyri. Sistur tvær eru í vestur Selkirk Guðlög og Börg hún hafði kinst Sigfúsi og Olöfu þegar þau voru á Syðralóni. Guðlög kom til okkar í Winnipeg og gaf Olöfu 1 dollar og dálítið af mat og ráðlagði okkur að vera ekki í Winnipeg í vetur (jeg að vísu hafðði aldrei ætlað mjer það svo fór jeg til Selkyrk og Sigfús líka að skoða okkur um og var jeg þar einn dag um kyrt en var þá svo lasinn
að jeg gat lítið farið úr húsinu og fór heim morninum eptir á Gufuvagni fór jeg til og frá og var 1 1/2 kl.t. á leiðinni fargaldið er aðra leiðina 90 Cent en firir milli göngu Páls Barddals var það ekki nema 45 C ofan eptir af því jeg var Emigrant en uppeptir var það
full
90 Cent en Guðlaug gaf mjer það að nokkru leiti og sendi Olöfu svo að hún kæmist til þeirra og það fór hún nokkru seinna og er þar það jeg veit en Sigfús fór til Nýa Islands að finna Svein og ætlaði hann að vita hvert jeg gæti ekki fengið að vera þar í vetur en svo fann jeg Stefán Jónsson sem var í Garði og nú er hjer og bauð hann að jeg mætti koma til sín og fjekk mjer 5 dollara til að gjöra eitthvað með svo hitti hann Sigurð Erlendsson og bað hann að hjálpa mjer eitthvað svo jeg kæmist svo fórum við frá Winnipeg á
manud.
þriðjud
16 þm og flutti Haraldur Jóhannesarson okkur ofan eptir
á hestavagni
til Vestur Selkirk og kostaði það 5 dollars og forum við þá til sistranna og vórum þar þangað til á manud 22 sm og attum gott og þar fengum við mjólk þar fann jeg S. Erlendsson og ætlaði hann að koma mjer með stæðsta og besta gufubátnum sem hjer gengur á vatninu og eru eintómir Islendingar á honum og teingdasonur Sigurðar Kafteinn en svo kom annar GufuBatur fyrri og ráðlagði þá Sigurður mjer að byðja Sigtrygg Jonasson að hjalpa
upp á mig og það gjörði hann farið kostaði 5 d og lanaði hann mjer það svo var Sigurður með okkur alla leið híngað, við fórum frá Selkyrk kl. 3 em og komum hjer að næsta bæ kl. 6 fm á þd.morgun svo töfðum við þar og fórum svo híngað og var tekið vel á móti okkur og höfum nú nóga mjólk, Guðný hefur verið altaf vel frísk. Bornin vóru bólusett á Atlandshafi og er hún valla gróin en svo feingu þær nokkrar bólur útum sig sem sagt var að orsakaðist af bólunni en þetta er nú alt að gróa svo jeg vona að þeim batni jeg fjekk líka meðöl strax handa þeim þegar jeg varð var við þetta því það eru dæmi til að börn hafa dáið af þessum
bólu
útbrotum ætti því ekkert barn að fara óbólusett af Islandi. Nú er jeg orðin vel frískur og varð það strax í Selkirk þar er vatn og lopt mikið betra en í Winnipeg og þar þotti mjer mikið fallegra þar hefði jeg ekkert ílla kunnað við mig, jeg hef annars alstaðar kunnað allvel við mig og aldrei fundið til óindis mjer þikir leiðinlegast að mamma gat ekki farið en sje þó að það hefði ekki verið gott fyrir hana að vera á þessum hrakningi. það er betra fyrir þá að fara híngað sem eiga einhverja vissa að taka á móti sjer en hina sem ekkert vita hvert þeir eiga
að
snúa sjer, en jeg hef verið svo heppin að það hafa altaf
orðið einhverir til að hjálpa mjer svo mig hefur aldrey vantað neitt. Stefán segist ætla að fæða okkur þangað til hann sjái að jeg geti gjört það sjálfur, jeg að vísu gæti það strax en ekki með öðru móti en hleipa mjer í skuldir, en það er mikið betra að vera ekki búinn að eiða fyrir fram því sem maður kinni að eignast. Jeg keipti í 3 hvítfiskanet og 1 firir Pæk og 1 fyrir smáfysk og er jeg nú að riða þau Garnið kostaði rúman 3 1/2 dollar felliþrað tók jeg fyrir 50 Cent Stefán og Sigurður ætla að hjálpa mjer um
þinji
og eitthvað fleira sem til þeirra þarf. Hvítfiskurinn er seldur eins og hann kemur úr vatninu og var
P
af honum í fyrra hjer nálægt 4 Cent en þegar hann er komin til Winnip. frá 6-7 Cent svo eru fleiri fiskategundir seldar en þær ganga miklu minna Hvítfyskurinn er frá 3.-9.
P
og sumir máske þíngri en hinn fyskurinn er eins og litlir hvítfyskar, nema Pækur hann er eins stór og fullorðin ýsa en sumir eru smærri hann er ekki seldur en er þó allgóður átu er hann ýmist saltaður eða reiktur Hvítfiskurin er góður likur Heilafiski en ekki eins
stremin
Pikkur eða nálfiskur svipaður fyski heima en þó fíngerðari Stefán sonur Sigurðar Erlendssonar er farin að versla hjer í Eyjunni og annar maður með honum en það er sagt að þeir selji dyrt enda er
það nokkurs virði að flitja vöruna híngað. þeir kaupa fisk og flitja til Winnipeg en þeir sem eiga Uxa flitja hann flestir sjálfir. Jeg er búinn að sjá það að ekki þarf langt að fara eptir fyskinum og hjer mun vera optast hægt að hafa eitthvað í soðið, lakasti gallin
er
á þessari Eyju er heiskaparleisið engi er hjer ekki nema langt frá sumum húsum svo það er óvinnanði að ná þaðan heyji fyrir þá sem hafa aunngann Uxa, það er ekki langt síðan jeg kom hingað en er þó nokkrum sinnum búin að óska að það væri komin til ykkar dálítið af spítum sem liggja í
Skógnum
og fúna niður það er svo að það gengur langt framm af mjer að sjá það og að engin skuli hafa not af þeim og menn hjer í Eyjunni geta ekki haft full not af þeim
að
því að enginn sögunarmilla er hjer nú. Hjer eru alment byggð Bjálkahús og munu vera víðast kölkuð utan og ynnan og geta litið út líkt og Steinhus. kalk eru Íslendíngar farnir að brenna sjálfir bæði hjer og eins í Nýa Islandi, mig langar til að fara þangað í vetur og sjá landslagið þar því ekki er jeg ráðinn í að setjast hjer að, mjer þikir það nokkuð afskegt og óþægi legt með milliferðir en veiðiskapurinn er hjer betri en þar þegar vatnið er lagt er hægra að fara á milli en það er æði langt svo jeg rata það ekki einn því jeg er áttaviltur mjer finnst sólin koma upp í norðri og setjast í suðaustri
Jeg glimdi að geta þess í brjefinu sem jeg skrifaði þjer frá Glaskow að það var skoðað í hirslur okkar í Leith og spurt eptir Sigar Brennivíni og tóbaki jeg sagðist hafa tóbak það var partur af pundsbita sem var ofaná í Koforti hann var skoðaður í krók og kring og síðan stungið niður orðalaust eingin poki var skoðaður þar var sagt að í þeim væru rúmföt, tilslegnir kassar vóru ekki opnaðir, jeg var búinn að fá mjer hamar og ætlaði að opna einn sem Jakop atti og í honum var ullin mín en þeir sögðu mjer þá að láta það vera það er best að vera óragur að opna þá leita þeira minna og tor triggja menn síður svo var aldrei rótað við þeim framar í því skini. Jeg gat um að Leifur litli hefði verið veikur þegar við vorum í Glaskow en honum fór að batna og var orðin nokkuð frískur þegar við skildum en Steini varð vesæll og lagðist
í magaveiki
og var látin á Spítalan í Skipinu 14 September og var þar þangað til um nóttina kl 12 milli þess 17. og 18 þá var hann drifin í land og Rakel og Leifur og allur flutníngur hans á Eyju í fljótinu þar átti hann að fara á Spítala en þá var honum farið að skana svo jeg átti von á að þau mundu koma fljótlega á eptir okkur og því beið jeg í Winnipeg en þau vóru ekki komin þegar jeg fór þaðan og ekkert hef jeg af þeim frjett. Jeg hef talað við menn sem hafa verið á þessum Spítala og láta
þeir vel af því en það er aungum slept þaðan fyr en þeir eru ornir vel heilbrigðir Jeg skrifaði honum aður en jeg fór frá Winnipeg og sagði honum að fara til Selkirk ef hann kæmi því þessar systur sem jeg hef minst á ætla að taka á moti þeim, og getur skeð að hann sje nú komin þangað.
Stefán hefur 2 kýr 2 Uxa 1 naut 1 kálf annar uxin er 8 ára og er hann orðin stæðilegur hann er brúkaður til að aka heyji og ýmsu. 5 kindur og
eitt af því er hrutur
hrut hefur hann að láni
1 hrút skar hann í haust vetur gamlan ekkert af honum var vigtað. það mun hafa verið rúm 10
P
af mör í honum og skrokkurin er heldur fallegt en róan ljót ofan á konungsnef en það má gera hana fallegri ef tekið er af henni á lömbonum nýbornum ullin toglaus en ýllhærur eru í henni. Hjer er gott að eiga kindur og eru flestir á því að reina fjölga þeim (í Skogum eru á milli 20 og 30 þar hef jeg sjeð svart
og mórautt
mósvart
) Fjármenska er ekki góð hjá Stefani allar ærnar voru lamblausar í vor og var þó hrúturin hjá þeim í fyrravetur og verður eins nú um vetur nætur var drengur sem hjer er að stríða við að halda einni anni, jeg spurði hann hvert það væri ekki heldur snemt, en hann sagði það gjörði ekkert þegar Stefan vissi þetta ljet hann vel ifir og þótti vænt um
hvað strákur var huxunarsamur. Ekki mun vera hugsað um að bæta fjárkinið, hjer eru heldur ekki fjár menn það eru flest sunnlendingar sem meira eru vanir sjó en fármensku í landi en það býst jeg við miklu framar eða svo ætti það að vera hjá þingeyjingum
19. December 1888
Af því að jeg gat ekki komið brjefinu í land nogu snemma svo þið gætuð fengið það um Jólin ætla jeg að bæta við það einhverju Vatnið lagði hjer 20 nóvember en var miklu lengur autt sunnan við Ey og því lítið um milliferðir svo veit jeg ekkert hjer hvernin stendur á með Póstferðir Ekkert get jeg sagt um hvert mönnum er betra yfir höfuð að fara híngað til Ameríku en þó hef jeg aungan fundið sem óskar sjer heim aptur, og mjer finnst að það muni vera hægra að hafa hjer ofan í sig en heima, það er valla að búast við að þeir sem koma alslausir gjöri betur fyrsta árið en hafa ofan af fyrir fjölskildu sinni. það er æði mikill skaði fyrir hvern, hvar sem er að tapa öllum sumartímanum ekki fyrir neitt eins og jeg þeir sem komu snema í sumar af Suðurlandinu feingu við fyskiveiðar hjer norður á vatni 25 dollara fyrir (Alamanaks mánuðinn og þurftu ekki að sjá sjer fyrir fæði það gjörðu Fyskiveiðafjelöginn. Jeg get sagt það að mjer fynnst að Sigurður í Presthv. væri betur komin híngað og jeg hef stundum óskað að hann væri komin þegar jeg er að vitja
um netin því þó jeg hefði þá hitt óskastundina þá vonaði jeg að hann reiddist mjer ekki því jeg held að það ætti vel við hann að vera hjer við veiðiskapinn það er lík aðferð og heima þar sem veitt er undir ýs og meiri
veiði
en í Langavatni, jeg á 1 net 15 faðma langt í það hef jeg fengið flest undir ýs 80 á dag oftast um 40 og einstöku sinnum ynnan við 20 er sá fyskur líkur á stærð og stór hafsíld
það er mest Byrtingur (Pikkur er stærri og nokkuð dýrari seldur eptir vigt)
er hann latin frjósa eins og hann kemur úr vatninu og seldur optast 1 Cent hver og þá er hann tekin hjer heima svo það þarf ekkert fyrir honum að hafa og komið hingað með vörur fyrir hann. það gjöra menn frá Winnipeg sem fara hjer norður til að versla á veturnar má geta nærri í hvaða tilgangi þeir gjöra það, og eru menn nú að vona að einhver komi fyrir Jólinn þeir sem eiga Uxa fara sjálfir með sinn fysk og eru þá hjer um bil hálfan mánuð á ferðinni Uxarnir eru heldur stirðir og hægfara en sterkir munu þeira vera.
Hveiti kartöplum lauk og ýmsu fleira hefur verið sað hjer og lukkast nokkuð einkum vestan verðu þar hefur Hveiti sprottið vel en men eru í vandræðum með að mæla það Jóhann nokkur Straumfjörð ættaður ur Hnappadalss. sendi eptir mjer 4 november og var jeg hjá honum í 3 daga að smíða Vindmillu hjól hann er smiður en hefur aldrey sjeð vindm. þá mátti jeg ekki vera lengur því Stefán vildi að jeg kæmi heim, þá kom
jeg til Halldórs og Guðnýar Sigmundsdottir og var hjá þeim nótt þau eru í nokkrum efnum Guðný var að óska að Markús og Guðrún væru komin til sín, þar útvegaði jeg Steina og Sigfúsi húsnæði ef þeir þirftu á að halda. Jeg fjekk brjef frá Steina 17. Nóvember hann kom í Selkirk 1 n.ób. og gerði rað fyrir að verða þar í vetur hjá systronum sem jeg hef áður getið um hann lá 5 vikur á Spítalanum í Larensfljótinu og sagðist ekki mundi þola þúnga vinnu fyrir Nýár Leifur var þá frískur og þau eptir vonum, heirt hef jeg að Sigfús og Olöf væru þar líka A Sunnud. 1. í Jólaföst var hjer messað og gjörði það Sr Magnus og flutti hann allgóða ræðu við Guðný fórum þangað og er það nokkuð lengra en til Grenjaðarstaðar en litlu stúlkur vóru heima hjer hjá únglingum, hjá Stefáni er stulka á 12. ari og dreingur á 15 ari líka eru hjer hjón í húsi á blettinum skamt fra og á Stefán það hafa þau 3 stulkur nokkuð stalpaðar þau eru af Suðurlandi heita Hákon og Helga Sra. Arni á Skútustpðum þekkir þau, þau voru í hans sokn, Þegar vatnið var lagt foru þeir Stefan og Kjartan sonur hans 10-12 mílur norður á vatn til Hvítfiskaveiða (drengurin for líka og var rúma viku) var jeg þá einn heima að passa gripina og netinn sem voru undir ys) þeir liggja í kofa hafa þar Stó og rúm en koma heim um helgar. hjer er aldrei vitjað um net á S.d. Lítill hefur verið hvitfisks abli jeg er búinn að fá 40 í mín
net þau eru 3 en stutt ekki ekki nema um 20 faðma þau eru vanalega 30 f. Tíðin hefur verið svo goð í haust og vetur að það er ekki hægt að hugsa hana betri eða skemtilegri optast frostkali um nætur en solskin á dagin Uxar Stefans gengu uti þangað til viku af Jólaföstu þá var orðið grátt í rot en nú er föl valla í ökla dípstu skaflar í kálfa, það hefur líka aldrey verið eins góður þessi kafli vetrarins síðan Stefan kom til Ameríku í þessum parti landsins aptur hafa verið mikil frost og snjór hjer austar bæði í Qvebeck og Bandaríkjonum
Við vorum á fæði hja Stefani í 3 vikur þá fjekk jeg til lans hjá St í Skogum 1 sekk af hveiti og kaffi og sikur, við drekkum kaffi á mornana 2 bolla og brauð með kl 9-10 borðum við graut og mjólk eða skirhræru kl 12 fisk og kartoplur tevatn og brauð á eptir kl 3 kaffi kl 7 grautur og mjólk
eða mjólkurgraut
stundum fiskur.
af Baldursheins smjörinu eigum við eptir en dálítið
Mjólk höfum við hjer nóga Björg er svo góð við litlu stúlkur eins og hún ætti þær og máske betri og lætur á hverju máli í 2 könnur mjólk handa þeim. þær eru báðar vel frískar og koma sjer vel Marja litla er líka þæg og skemtileg hún talar stundum um dorra og
Streinu
og Siggu Jeg lifi en
þá
við þá von að eitthvað af kunningum mínum og máske ættingum komi á eptir til Nýa Islands það er að sögn manna affarabesta nýlendan fyrir efnalitla þó Hallgr. á Ingjaldsstöðum komi fer hann til sistkina Sigríðar svo jeg bíst ekki við að sjá hann framar í þessu lífi svo getur orðið um fleir að þeir stefni í aðra att.